Bréfritari: Þórarinn Stefánsson
Dagsetning: A-1934-09-04
Skrifað á: Vesturheimi

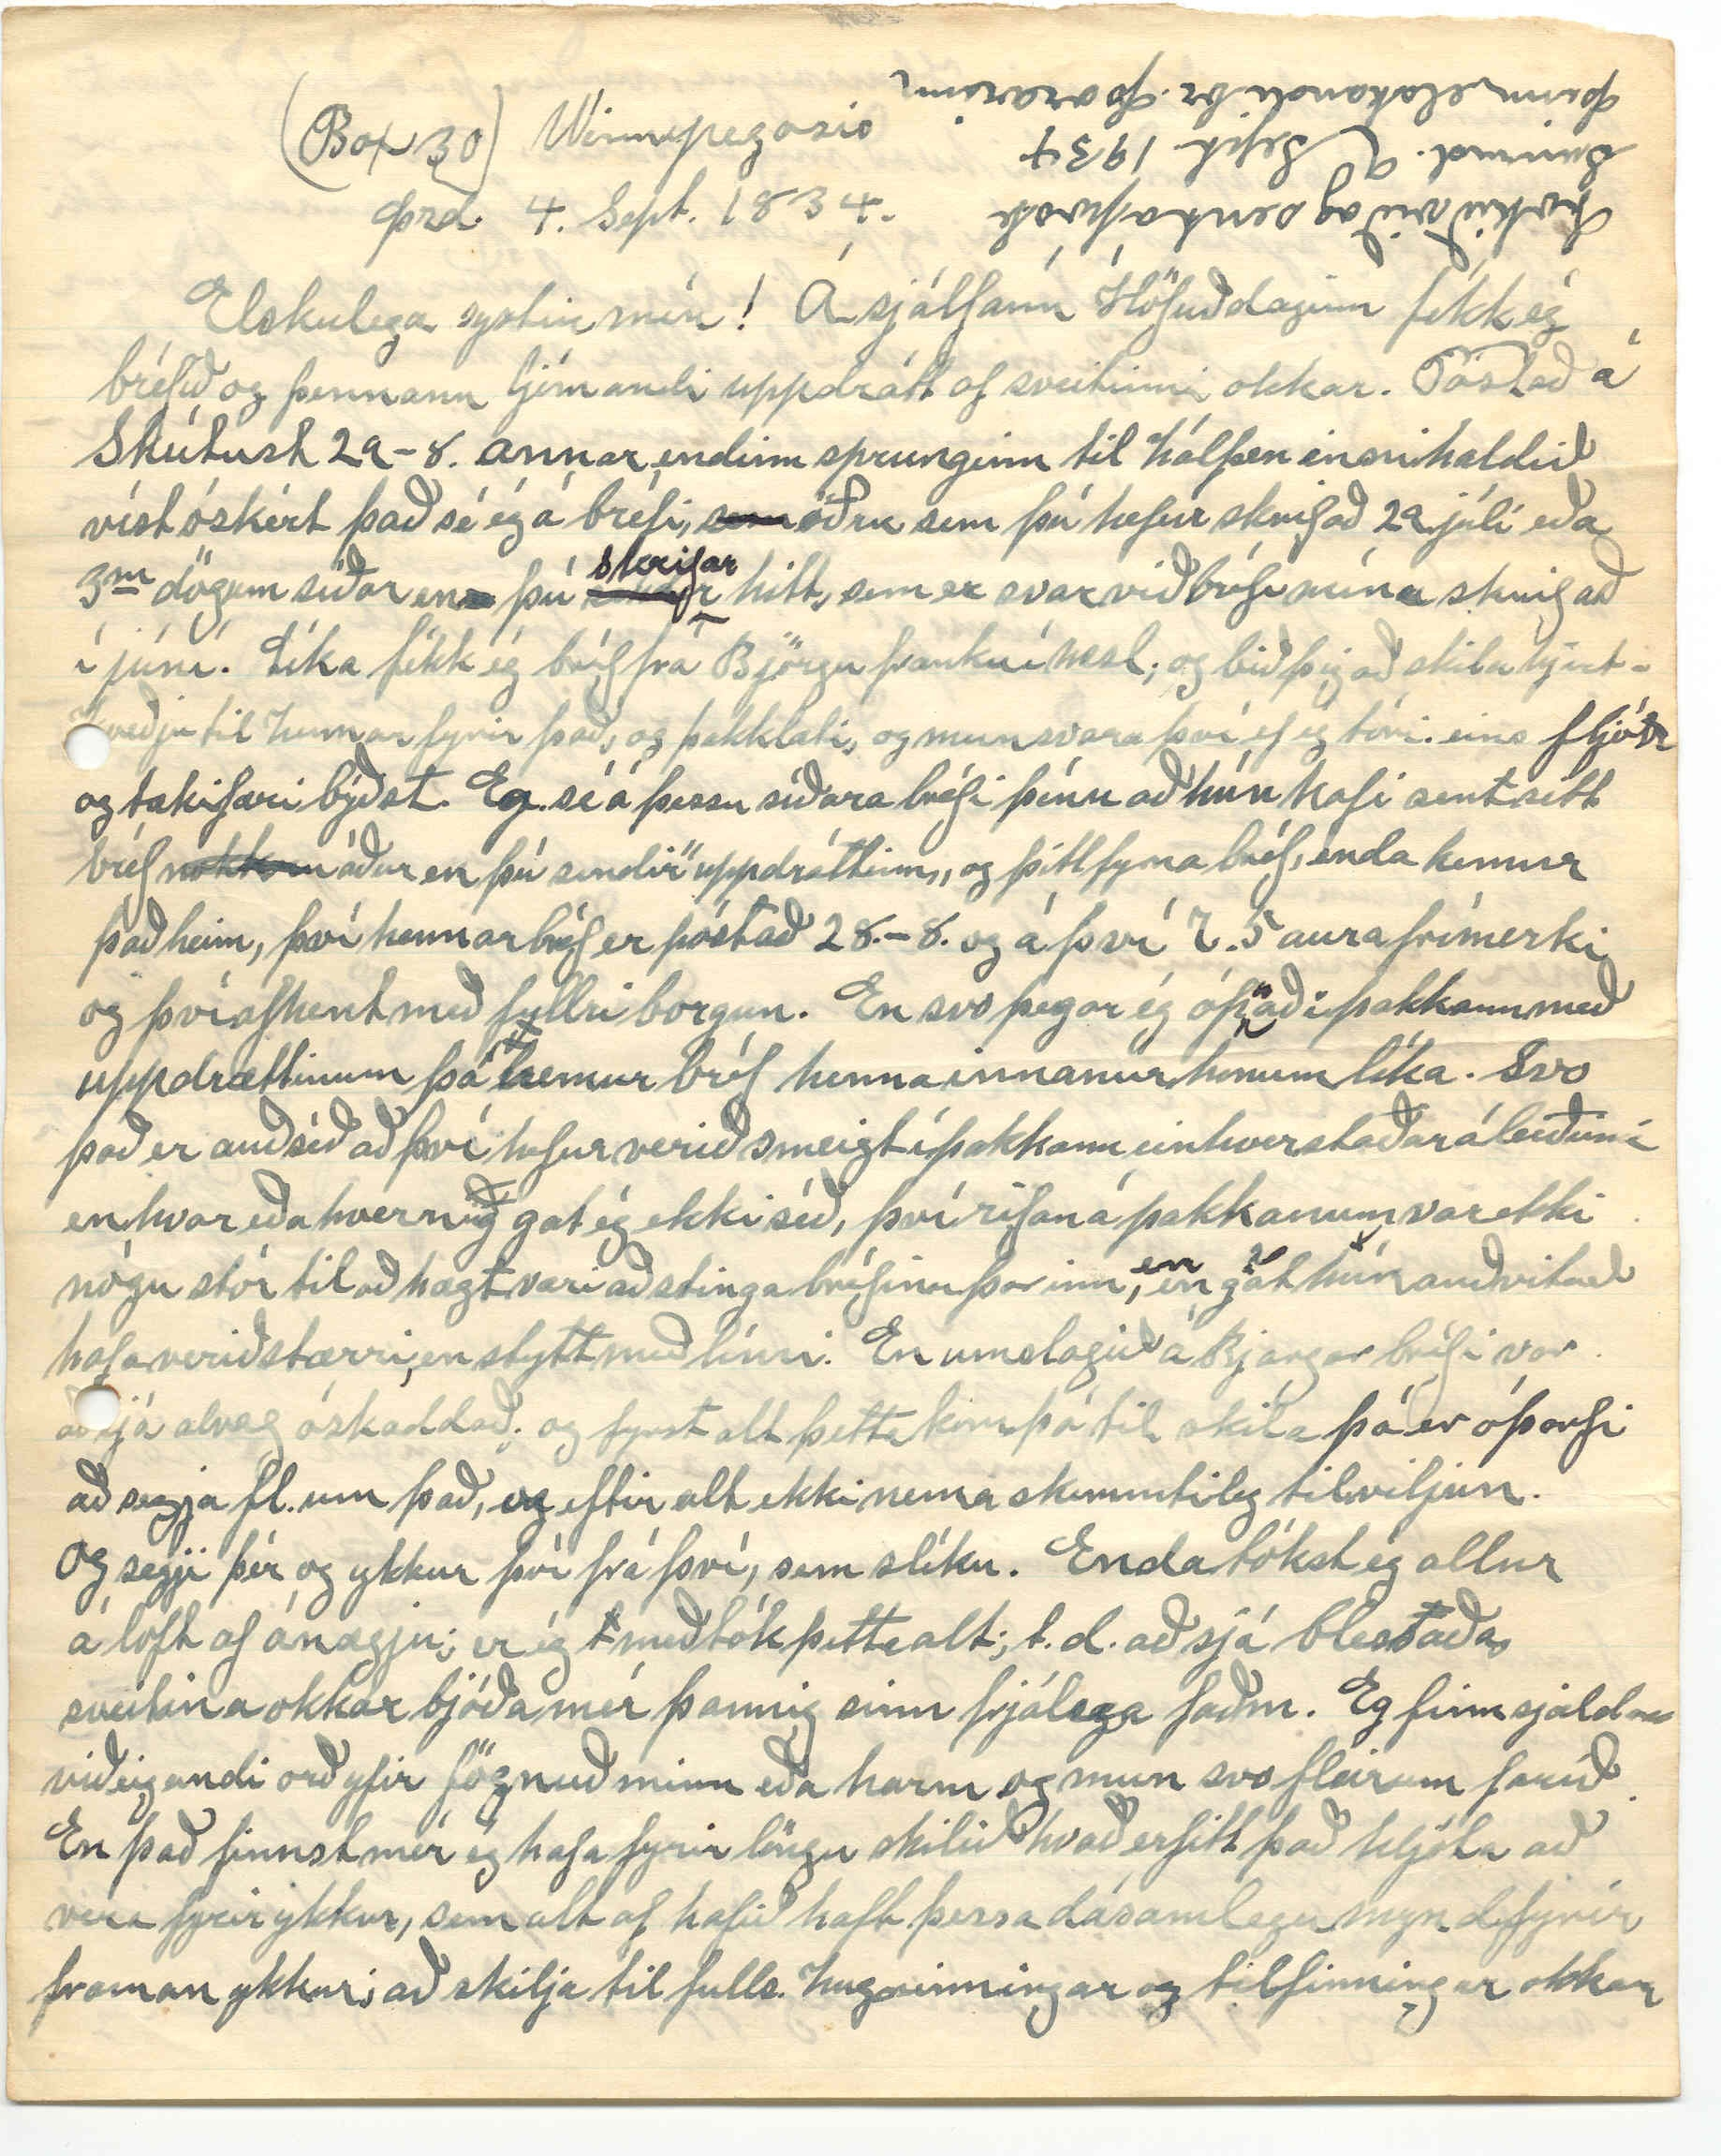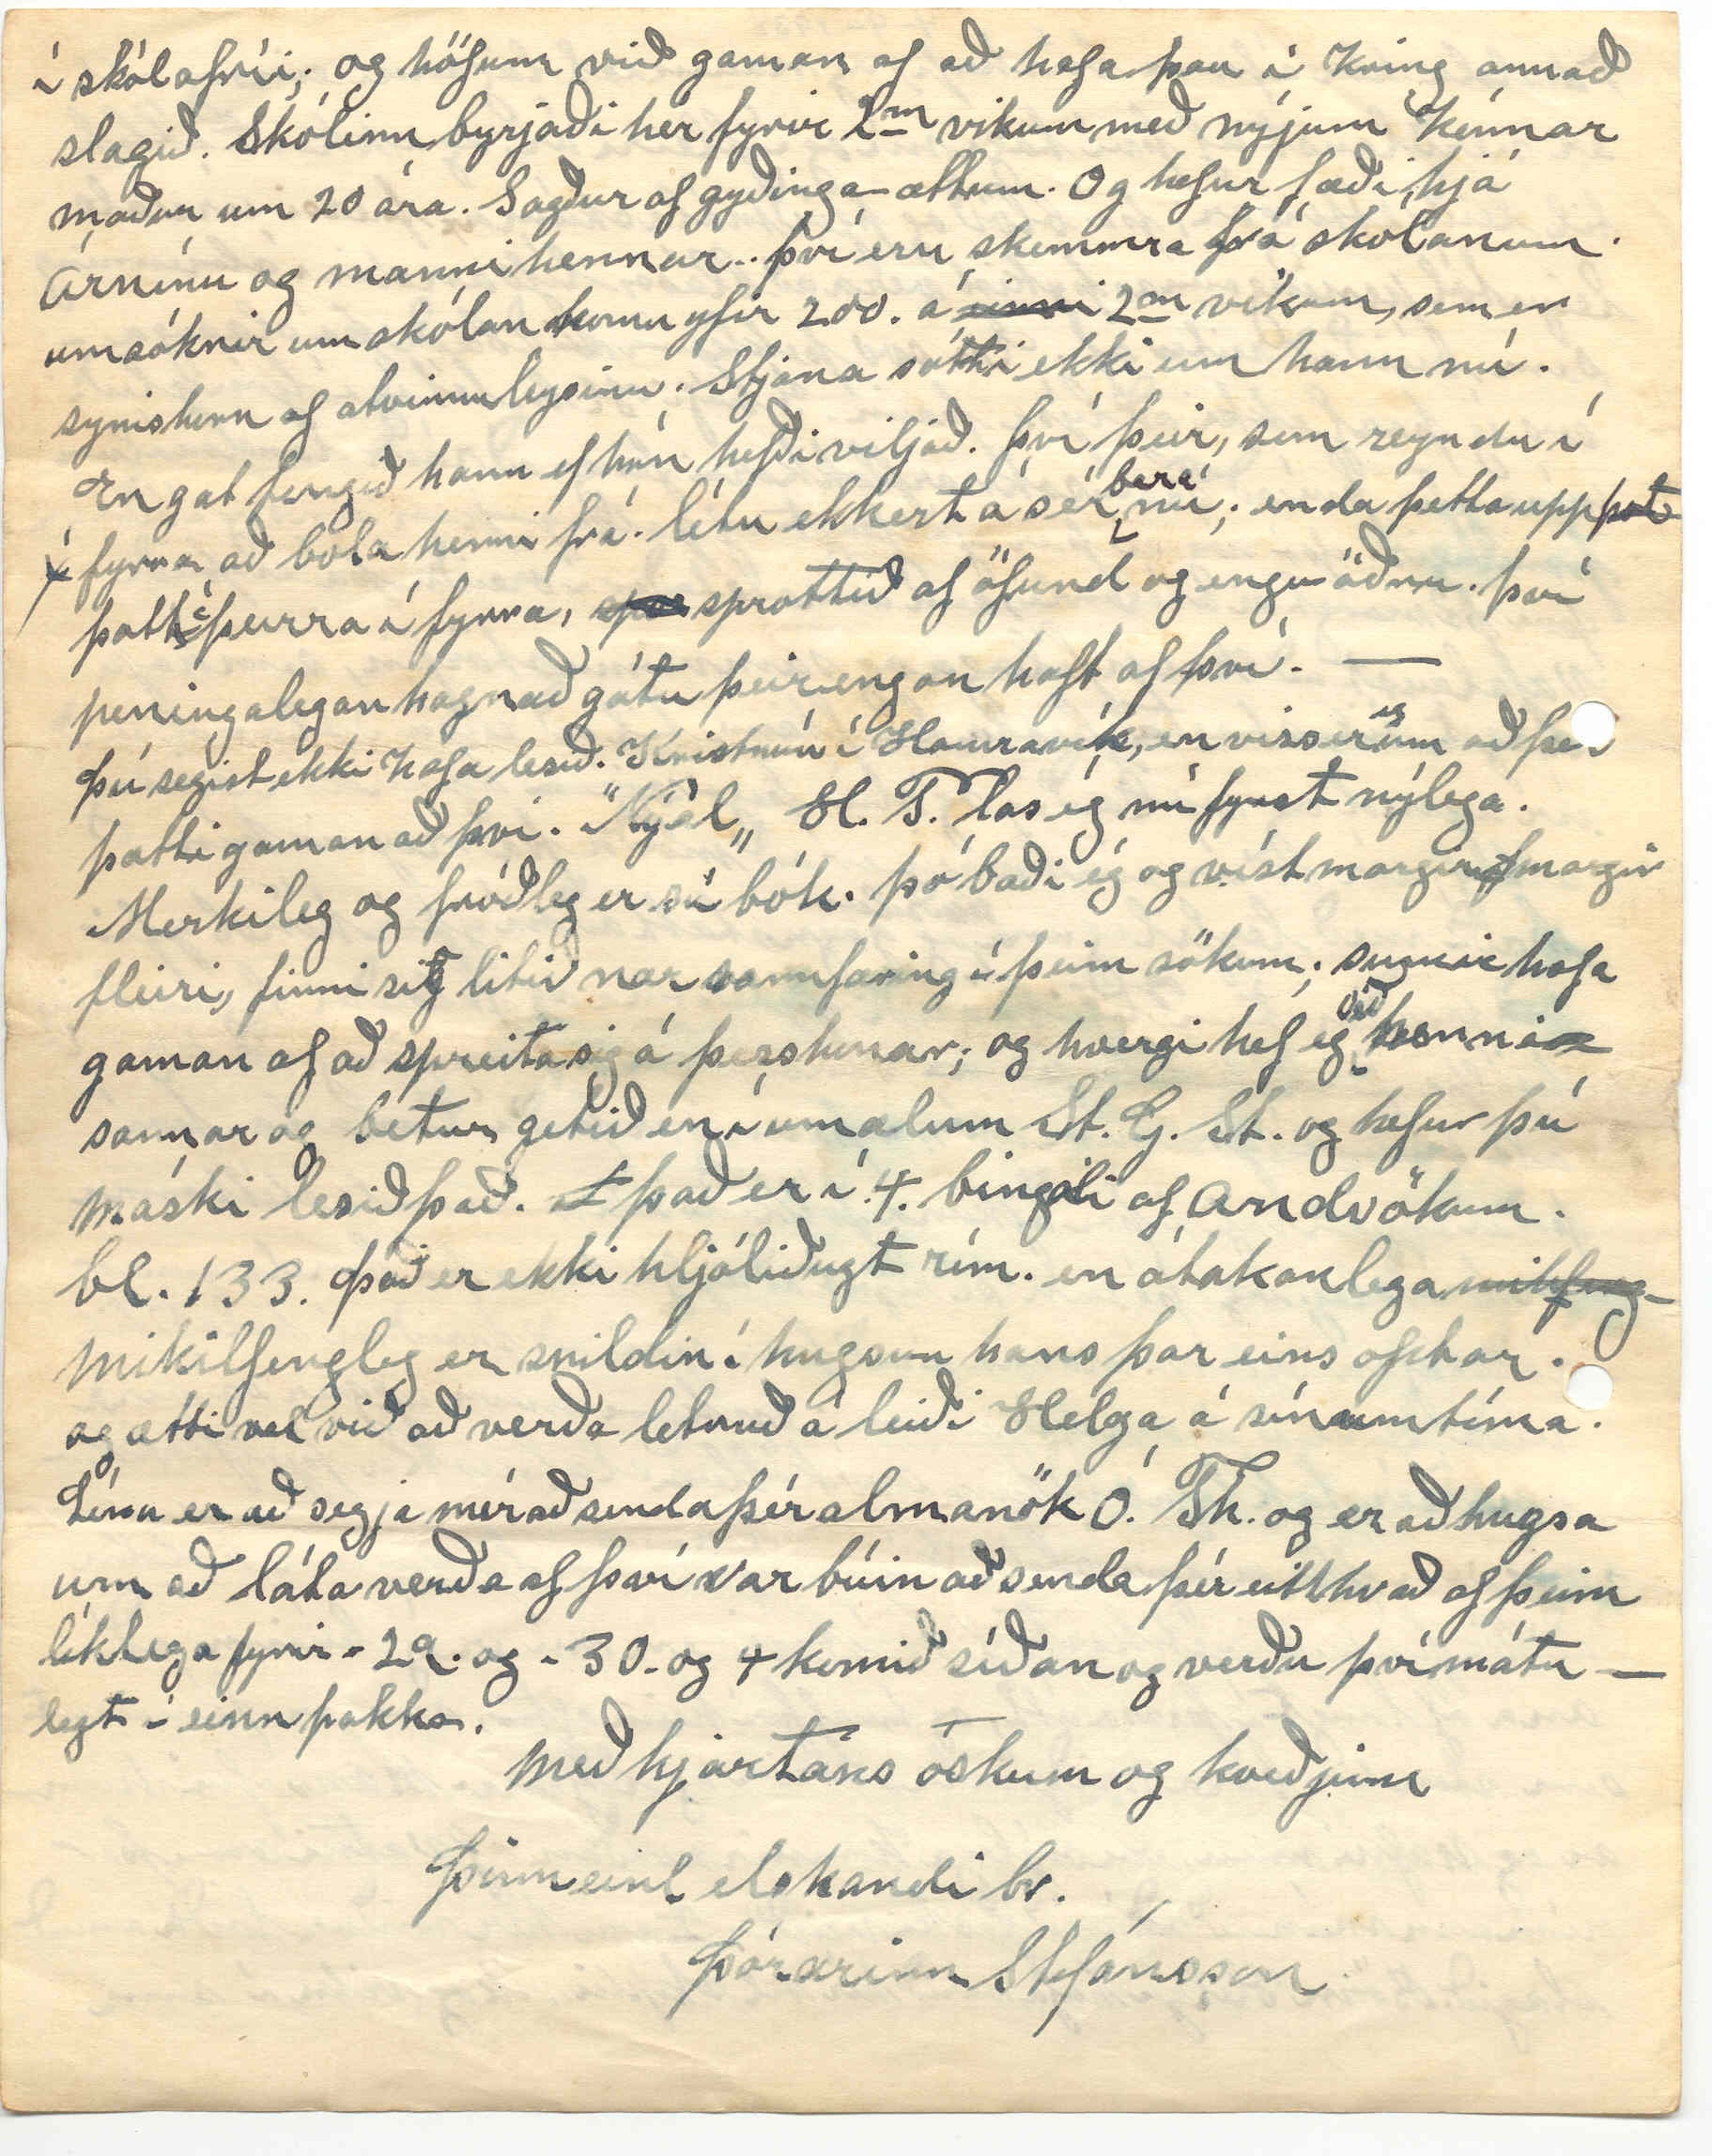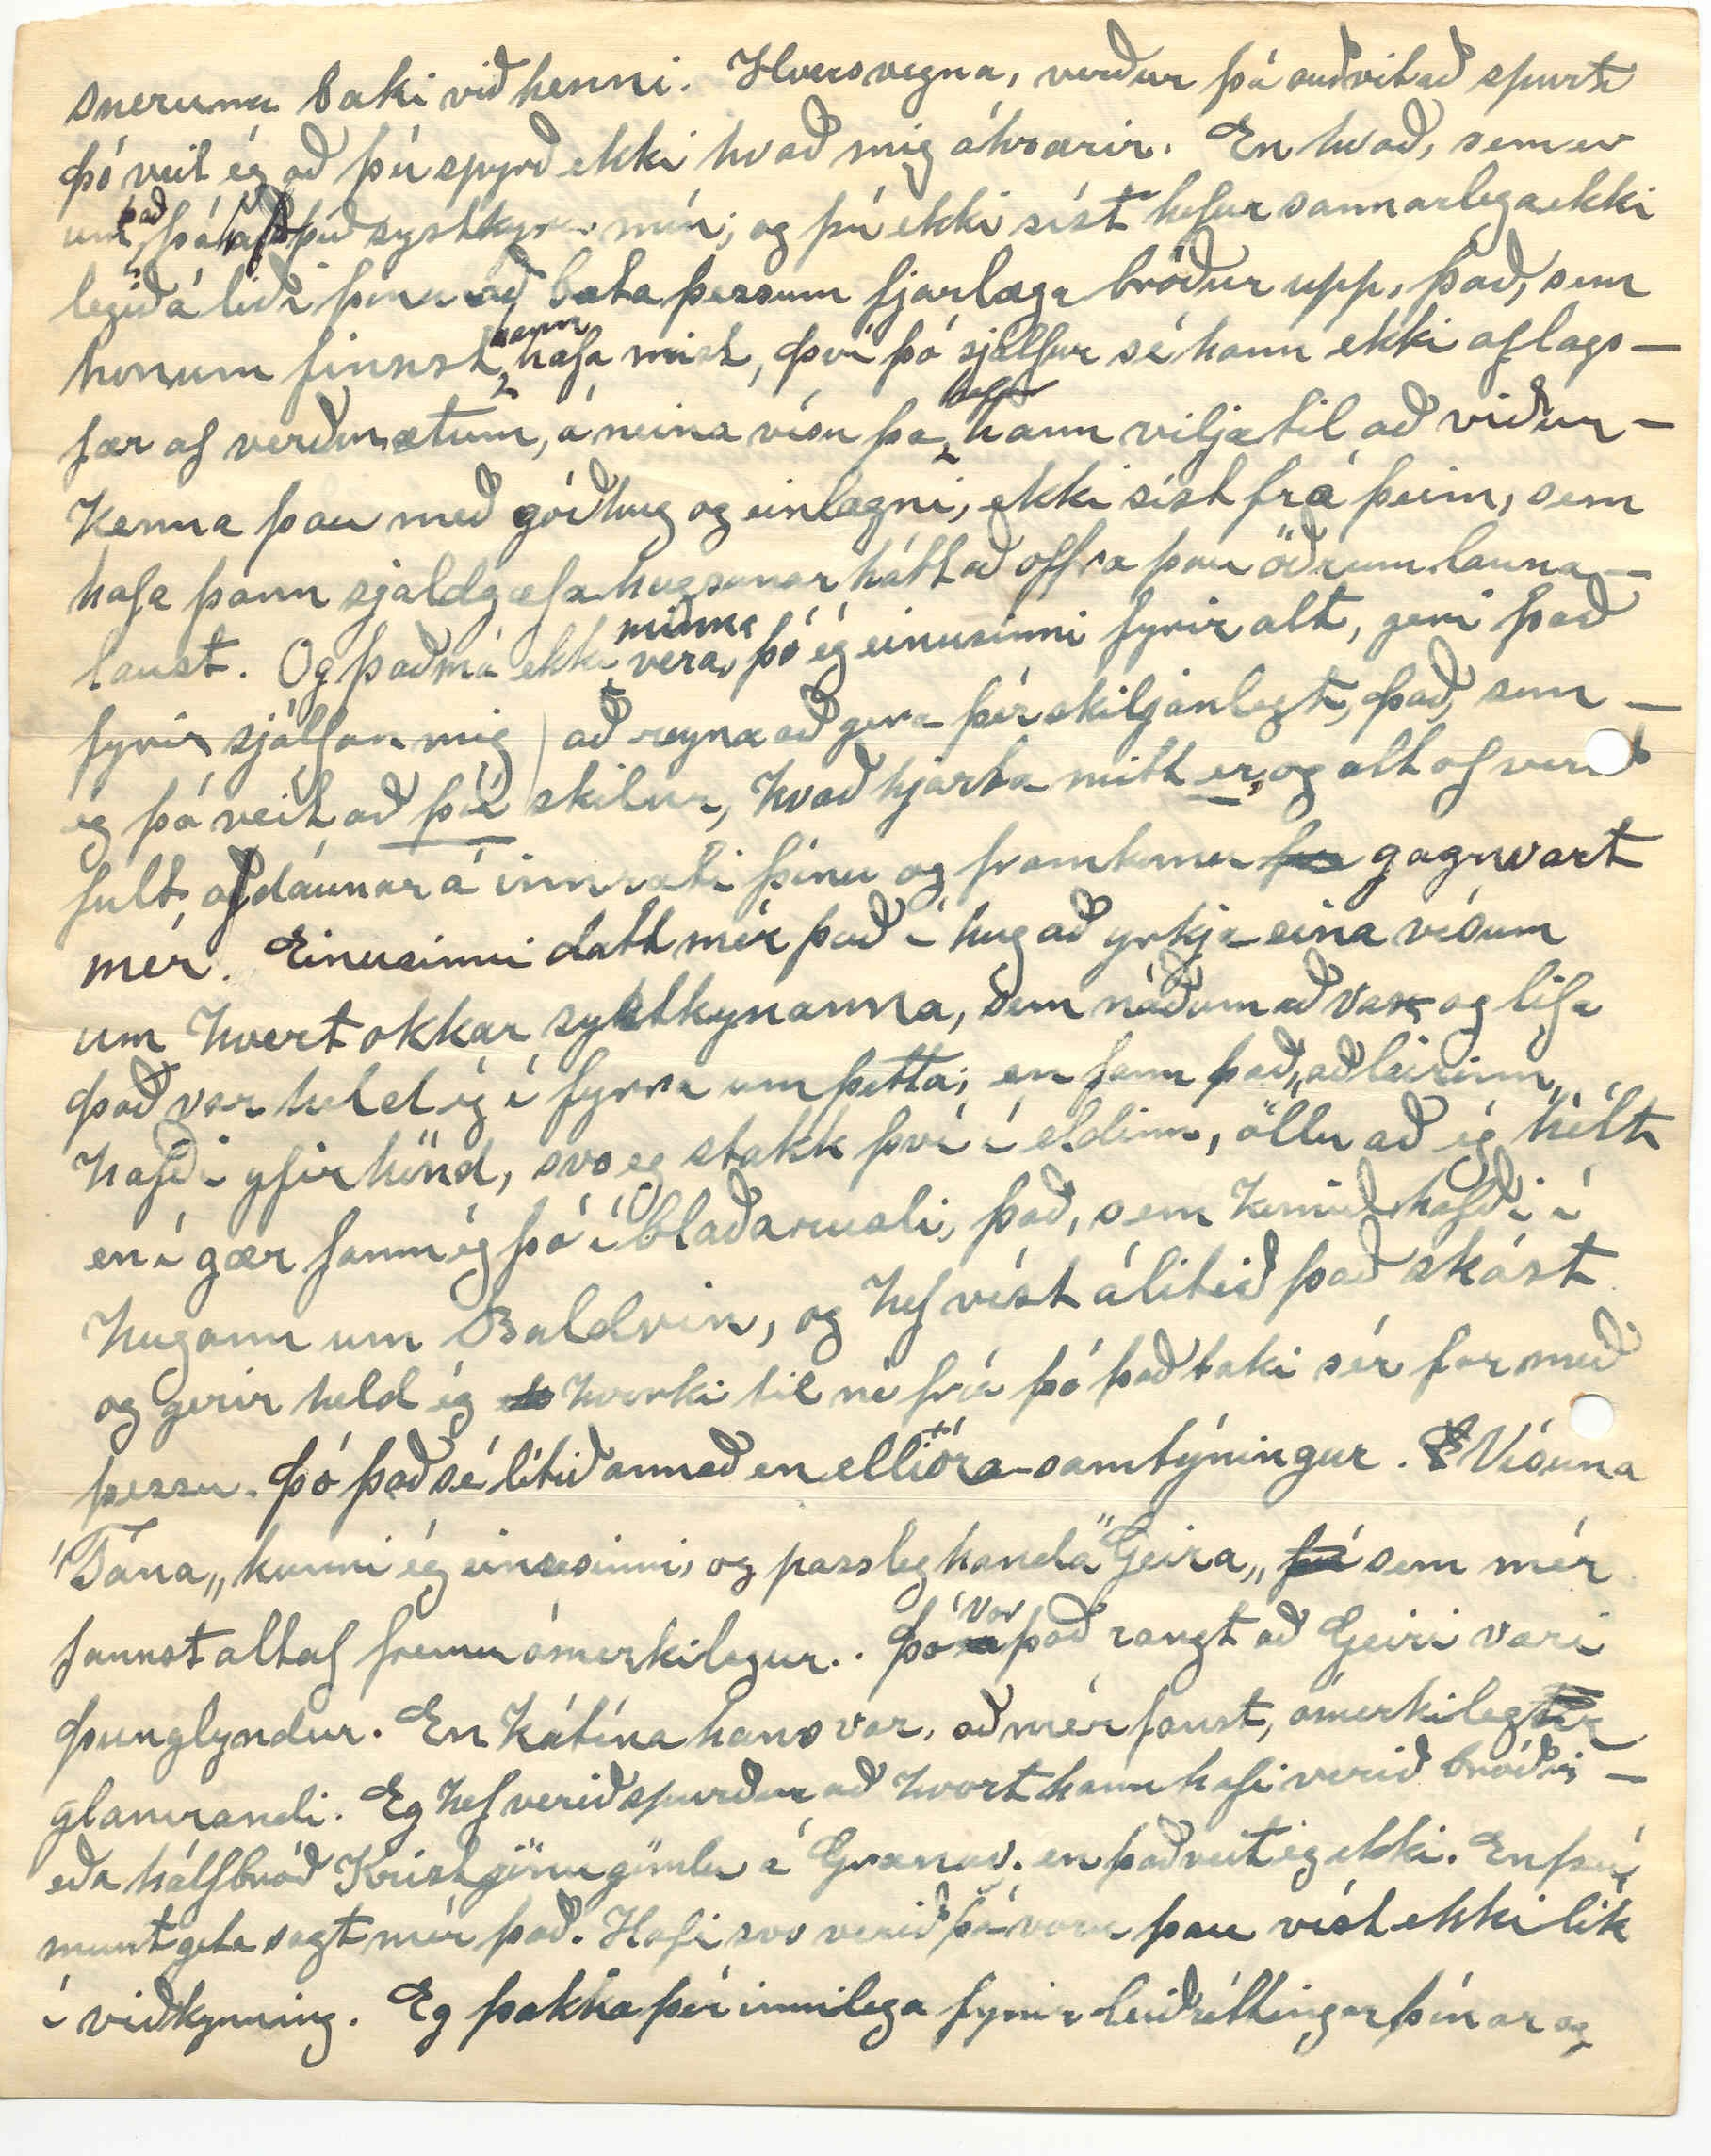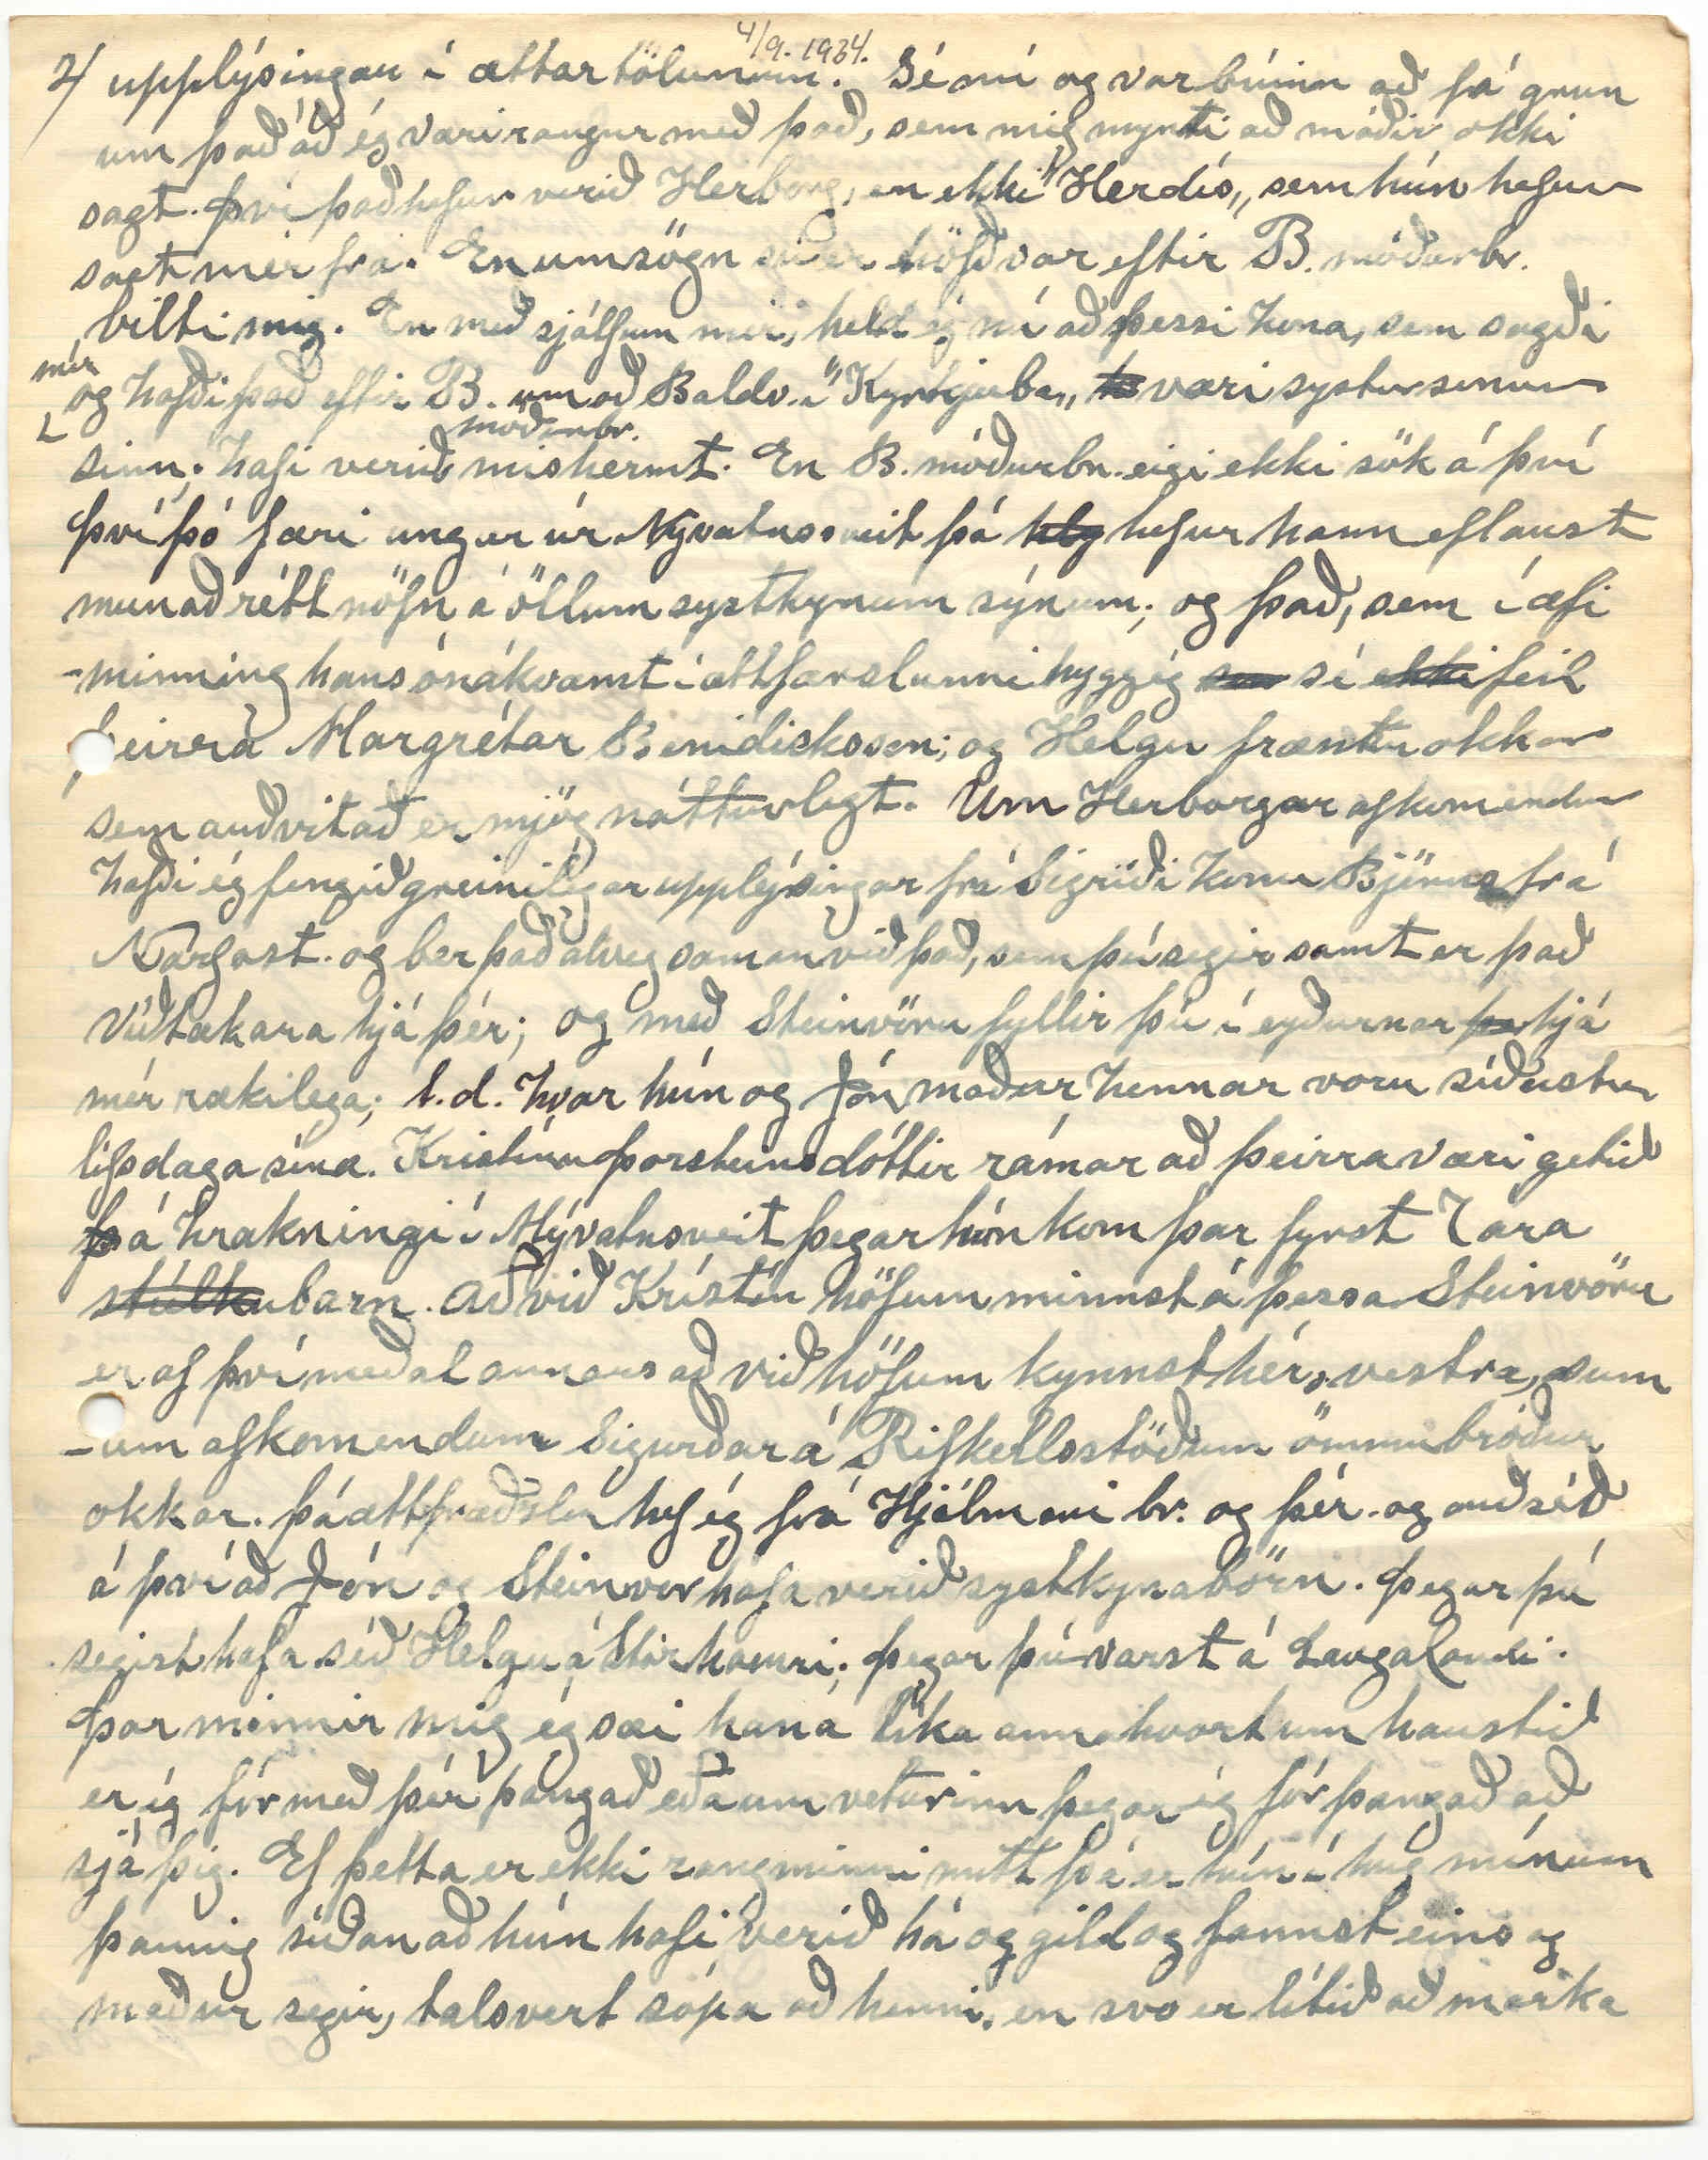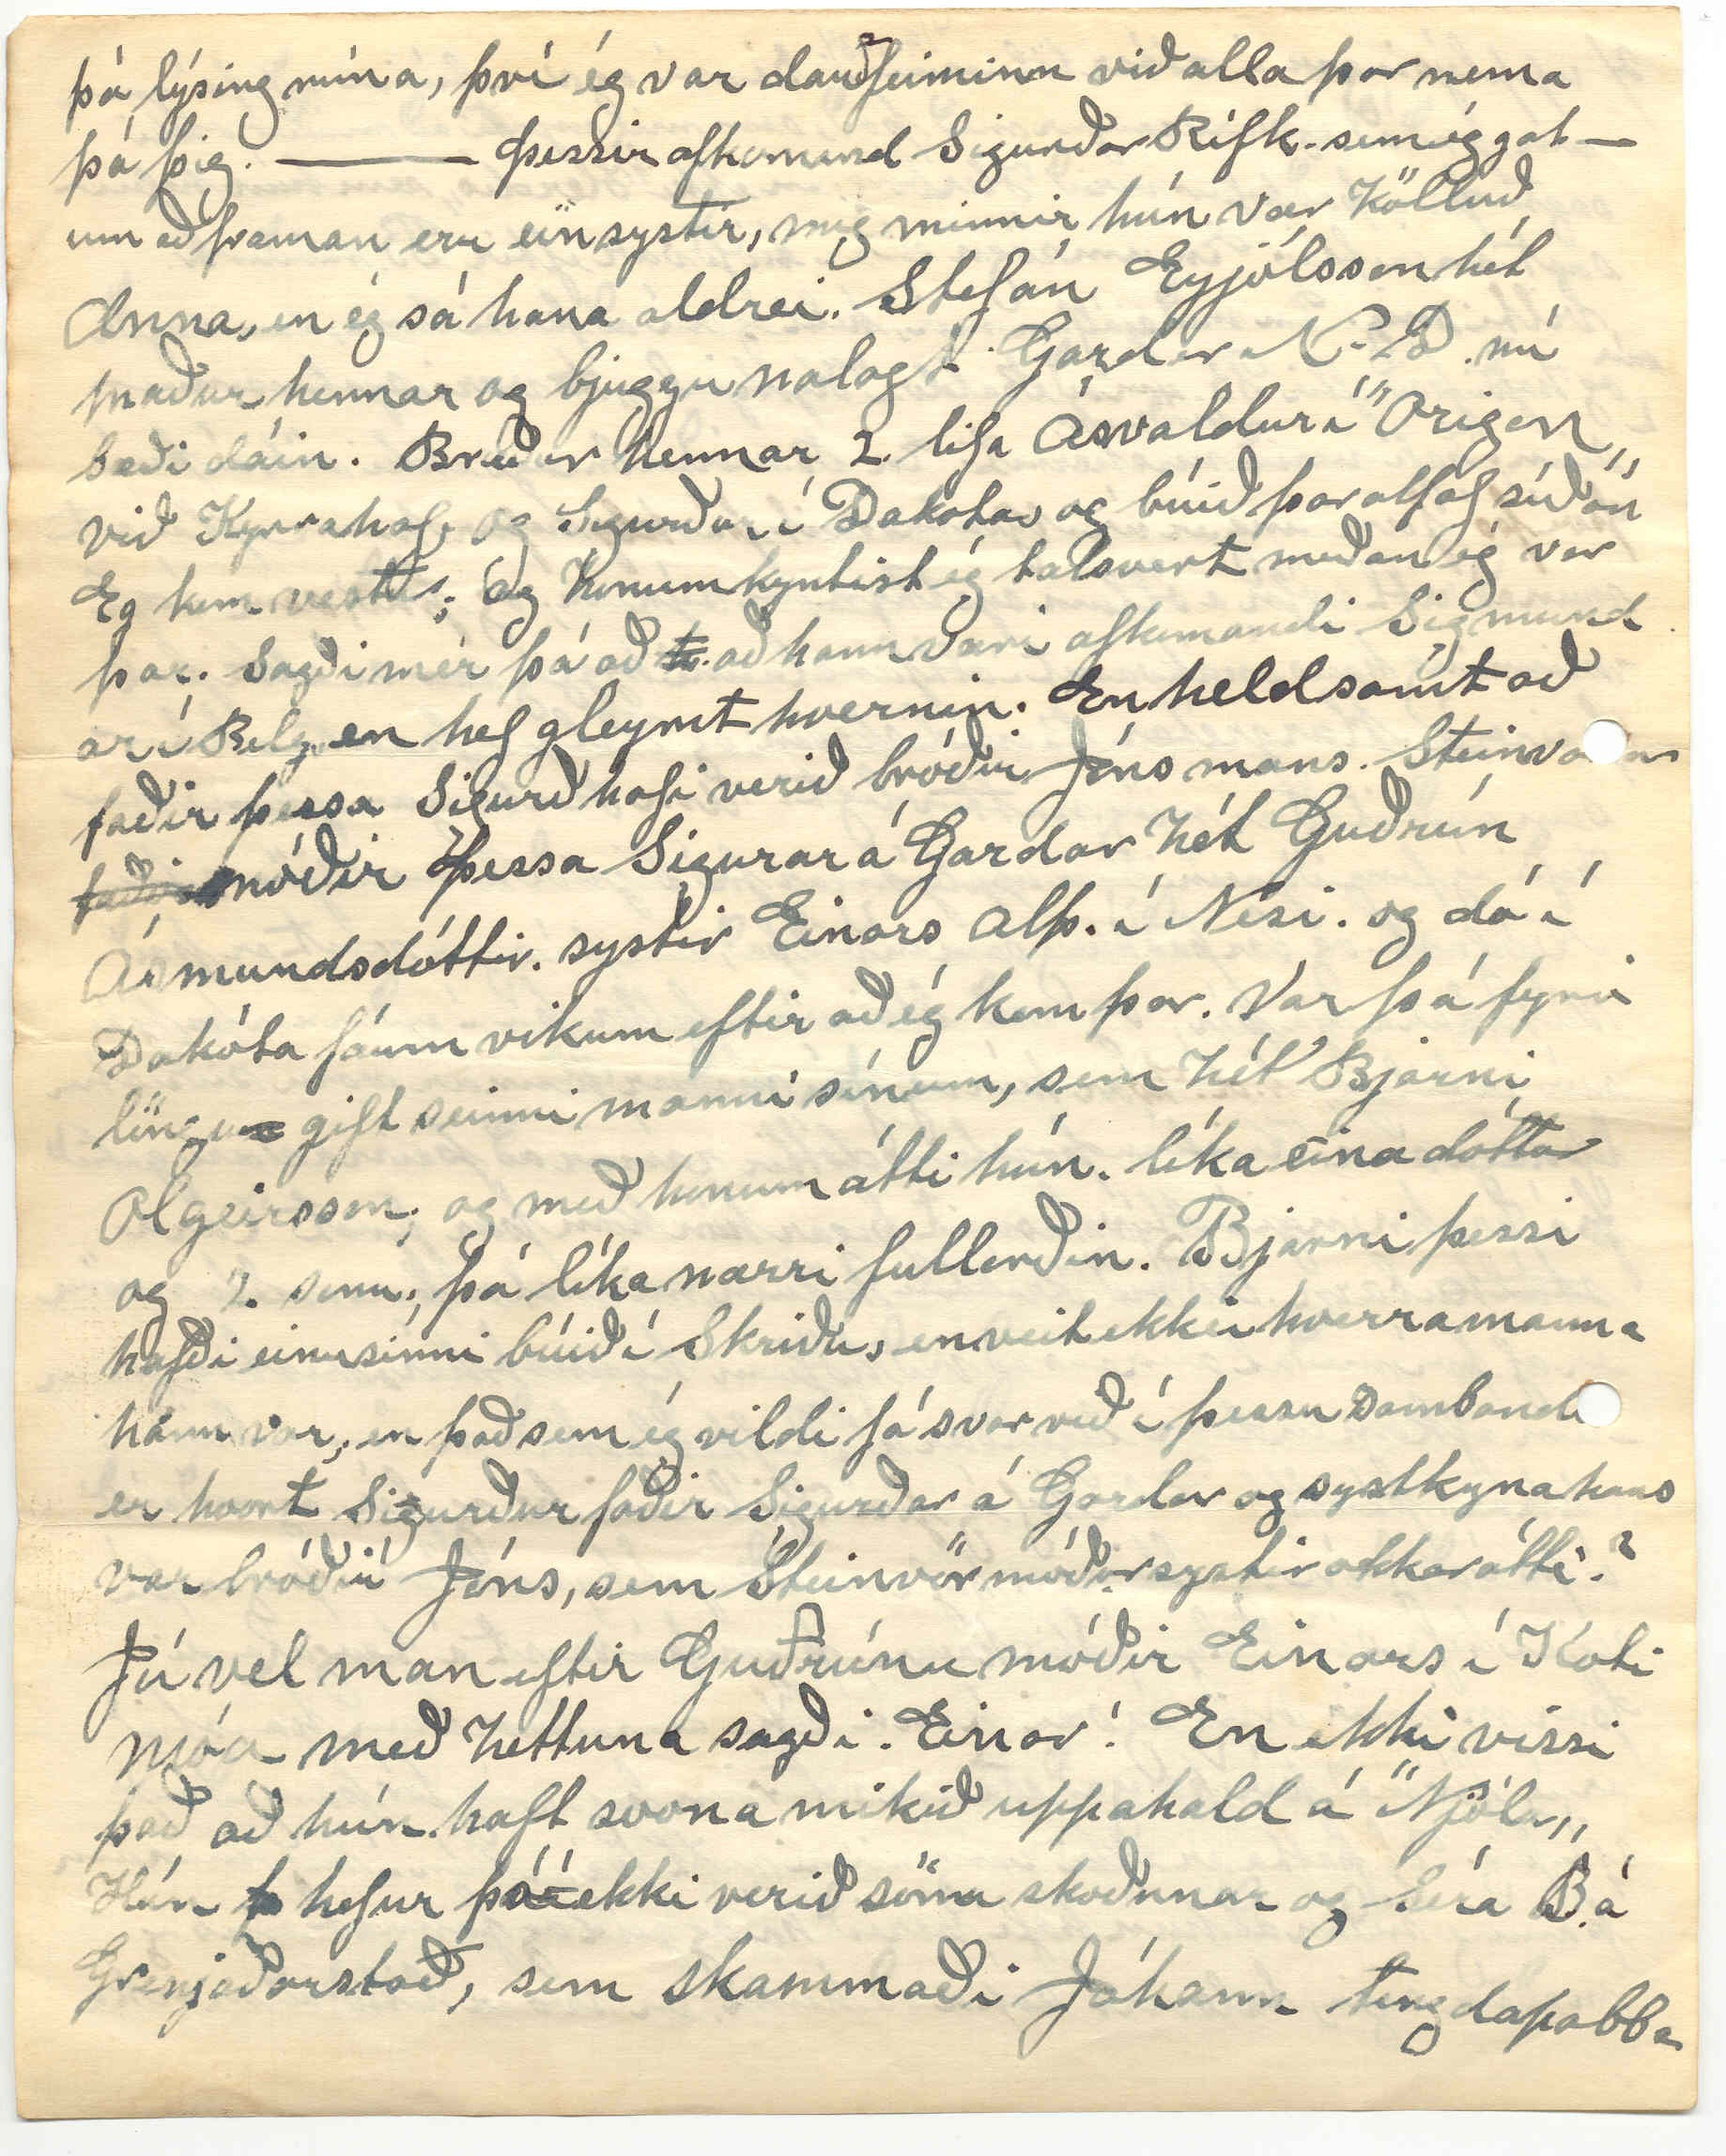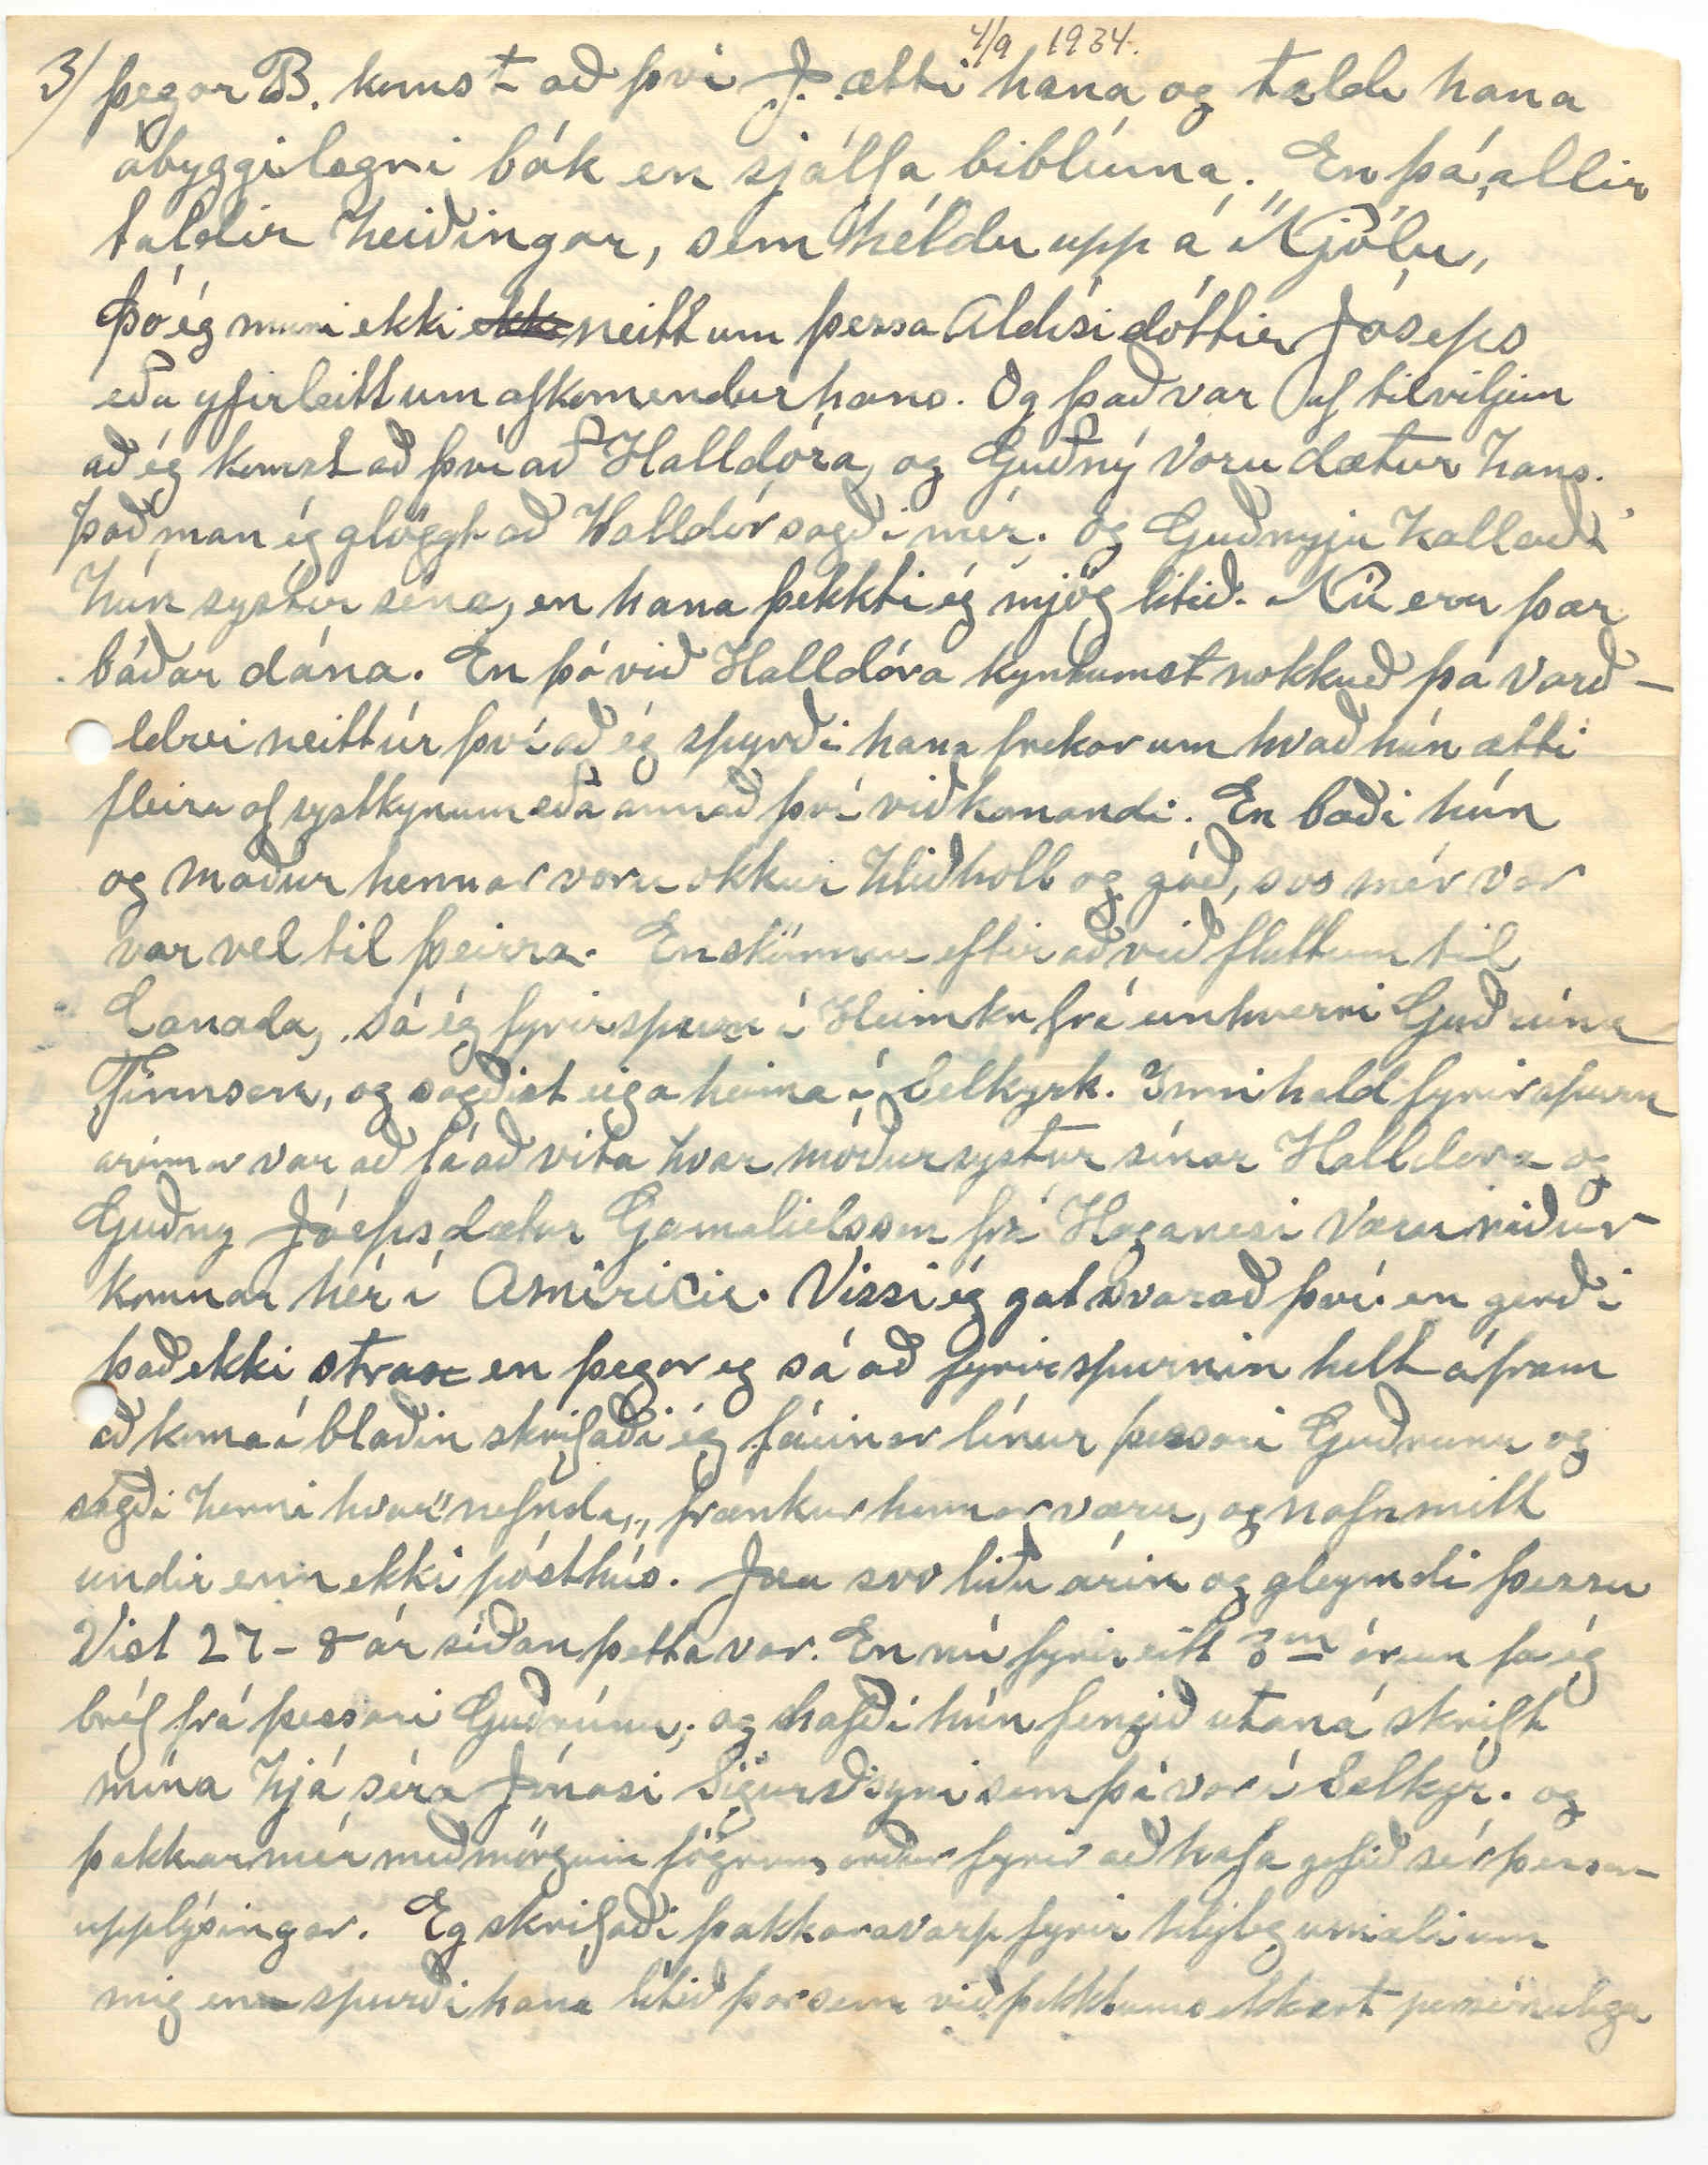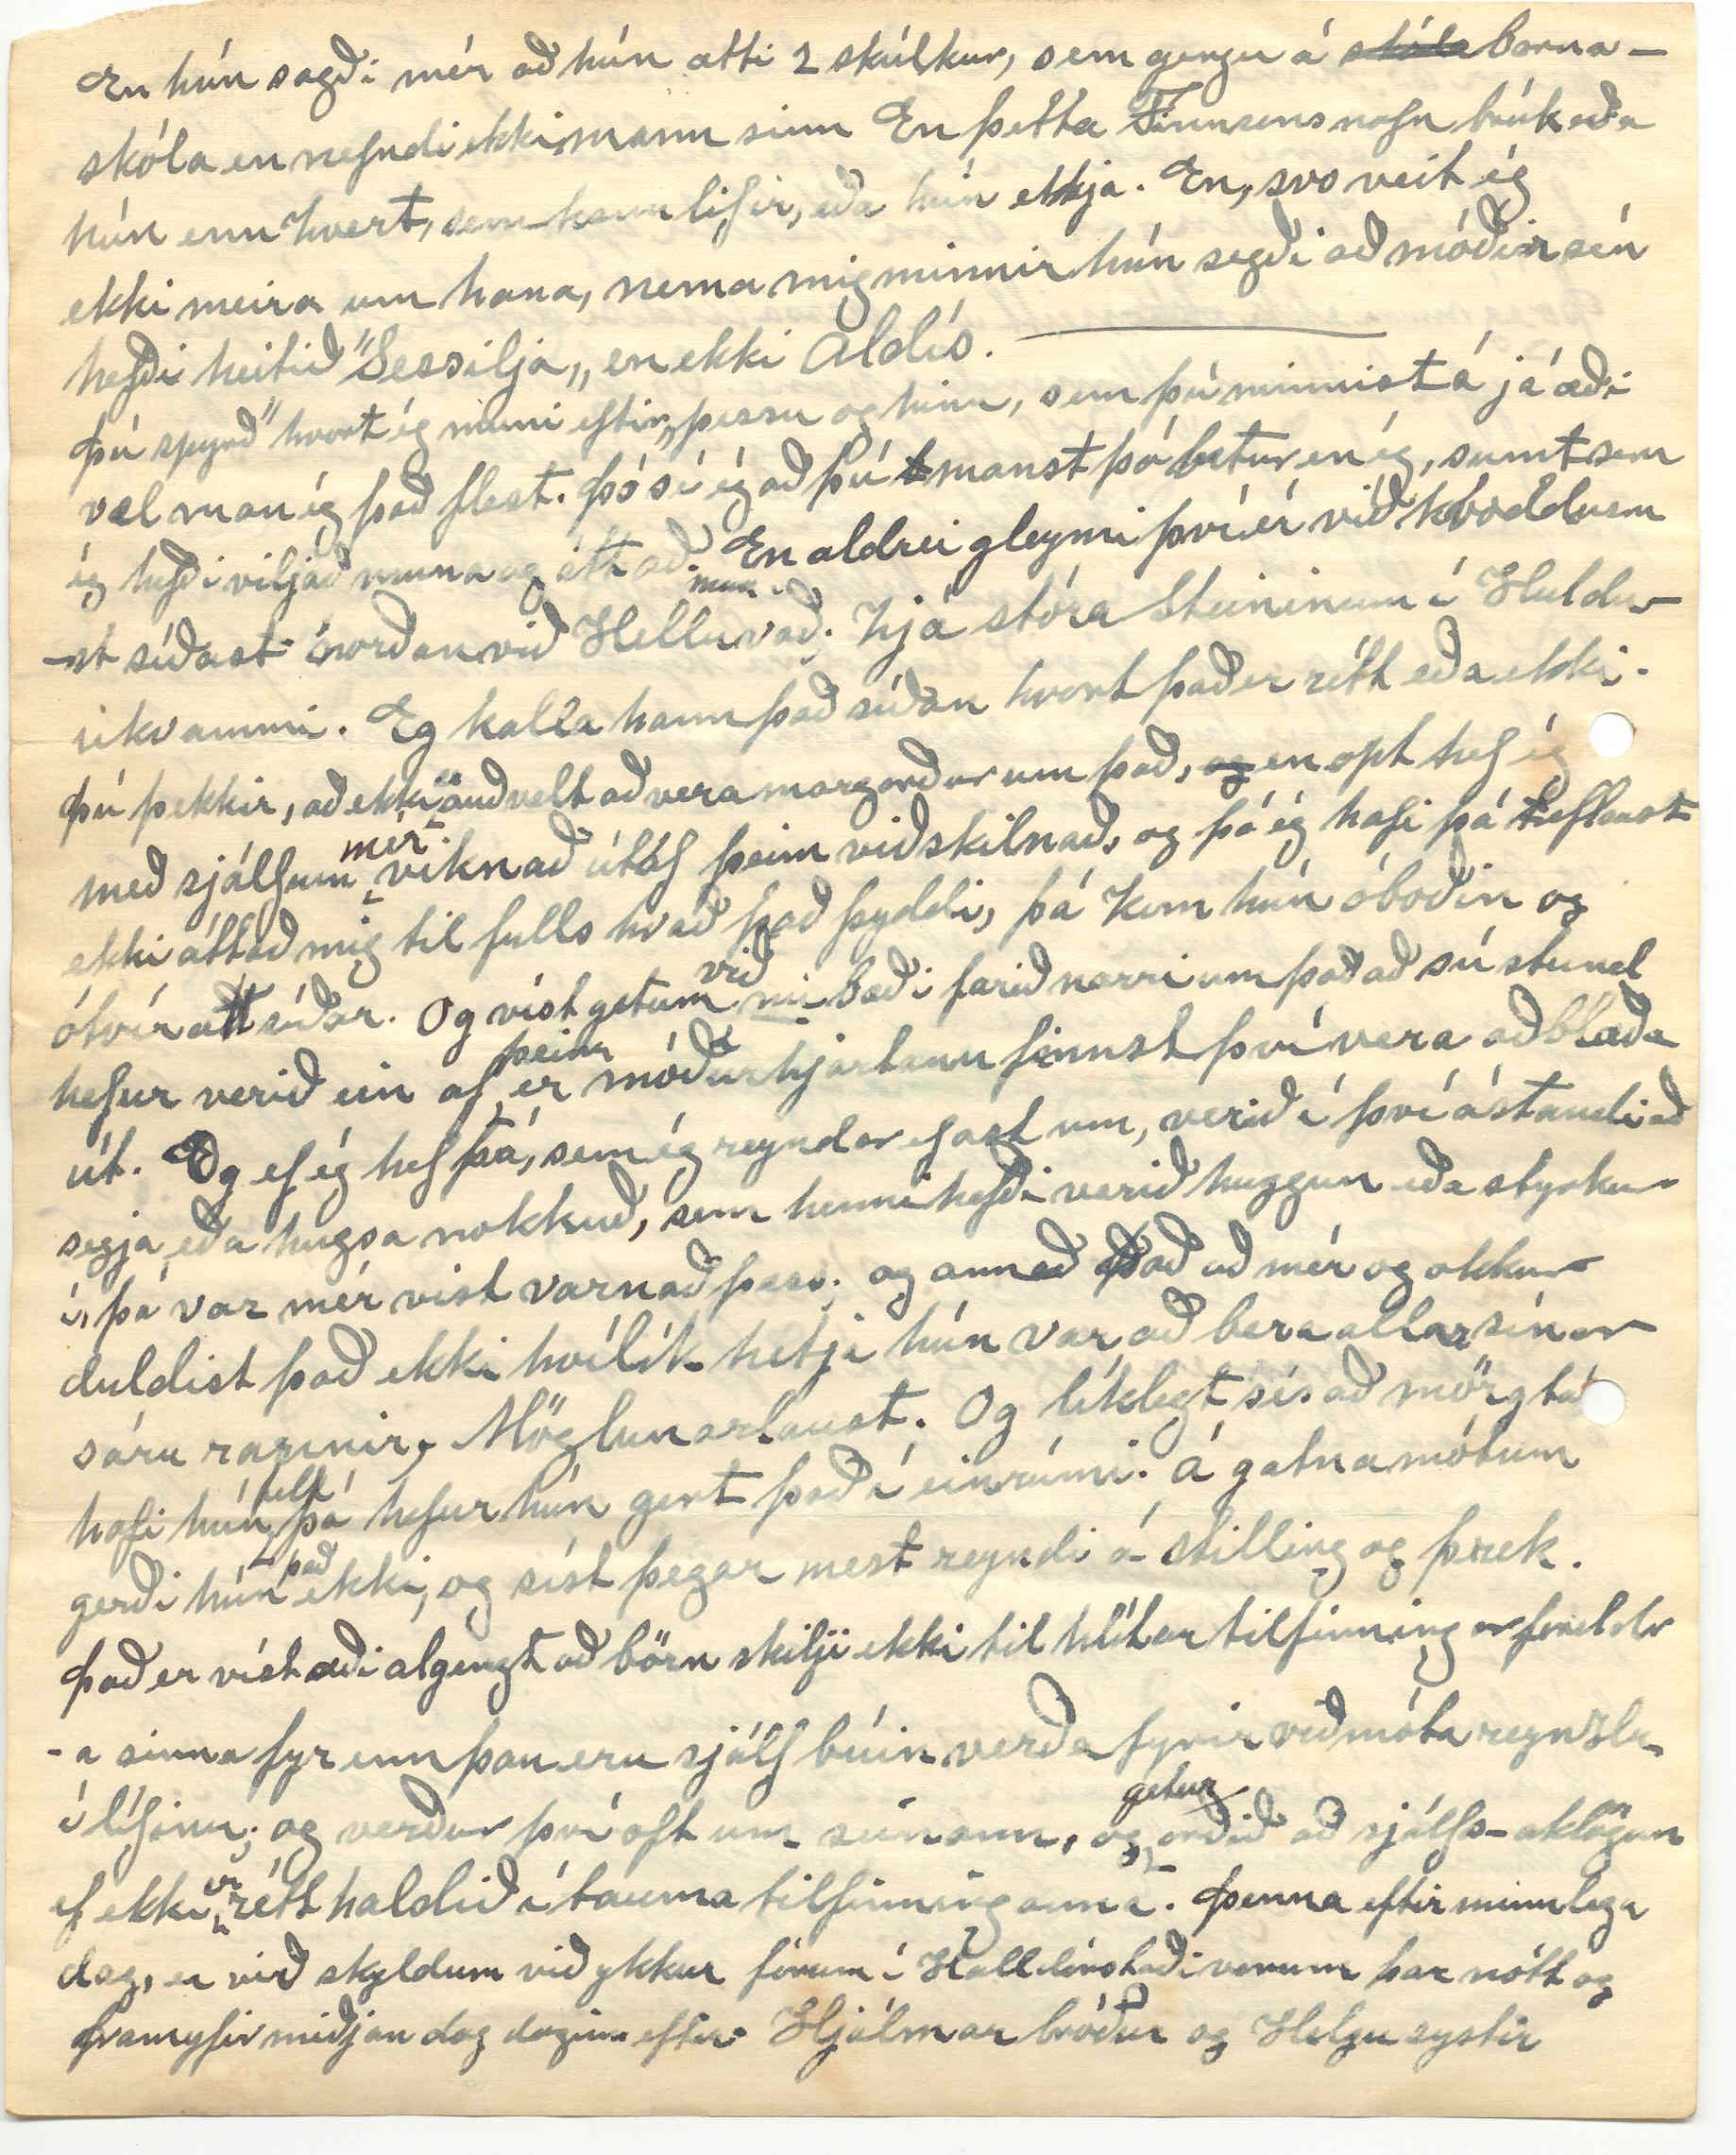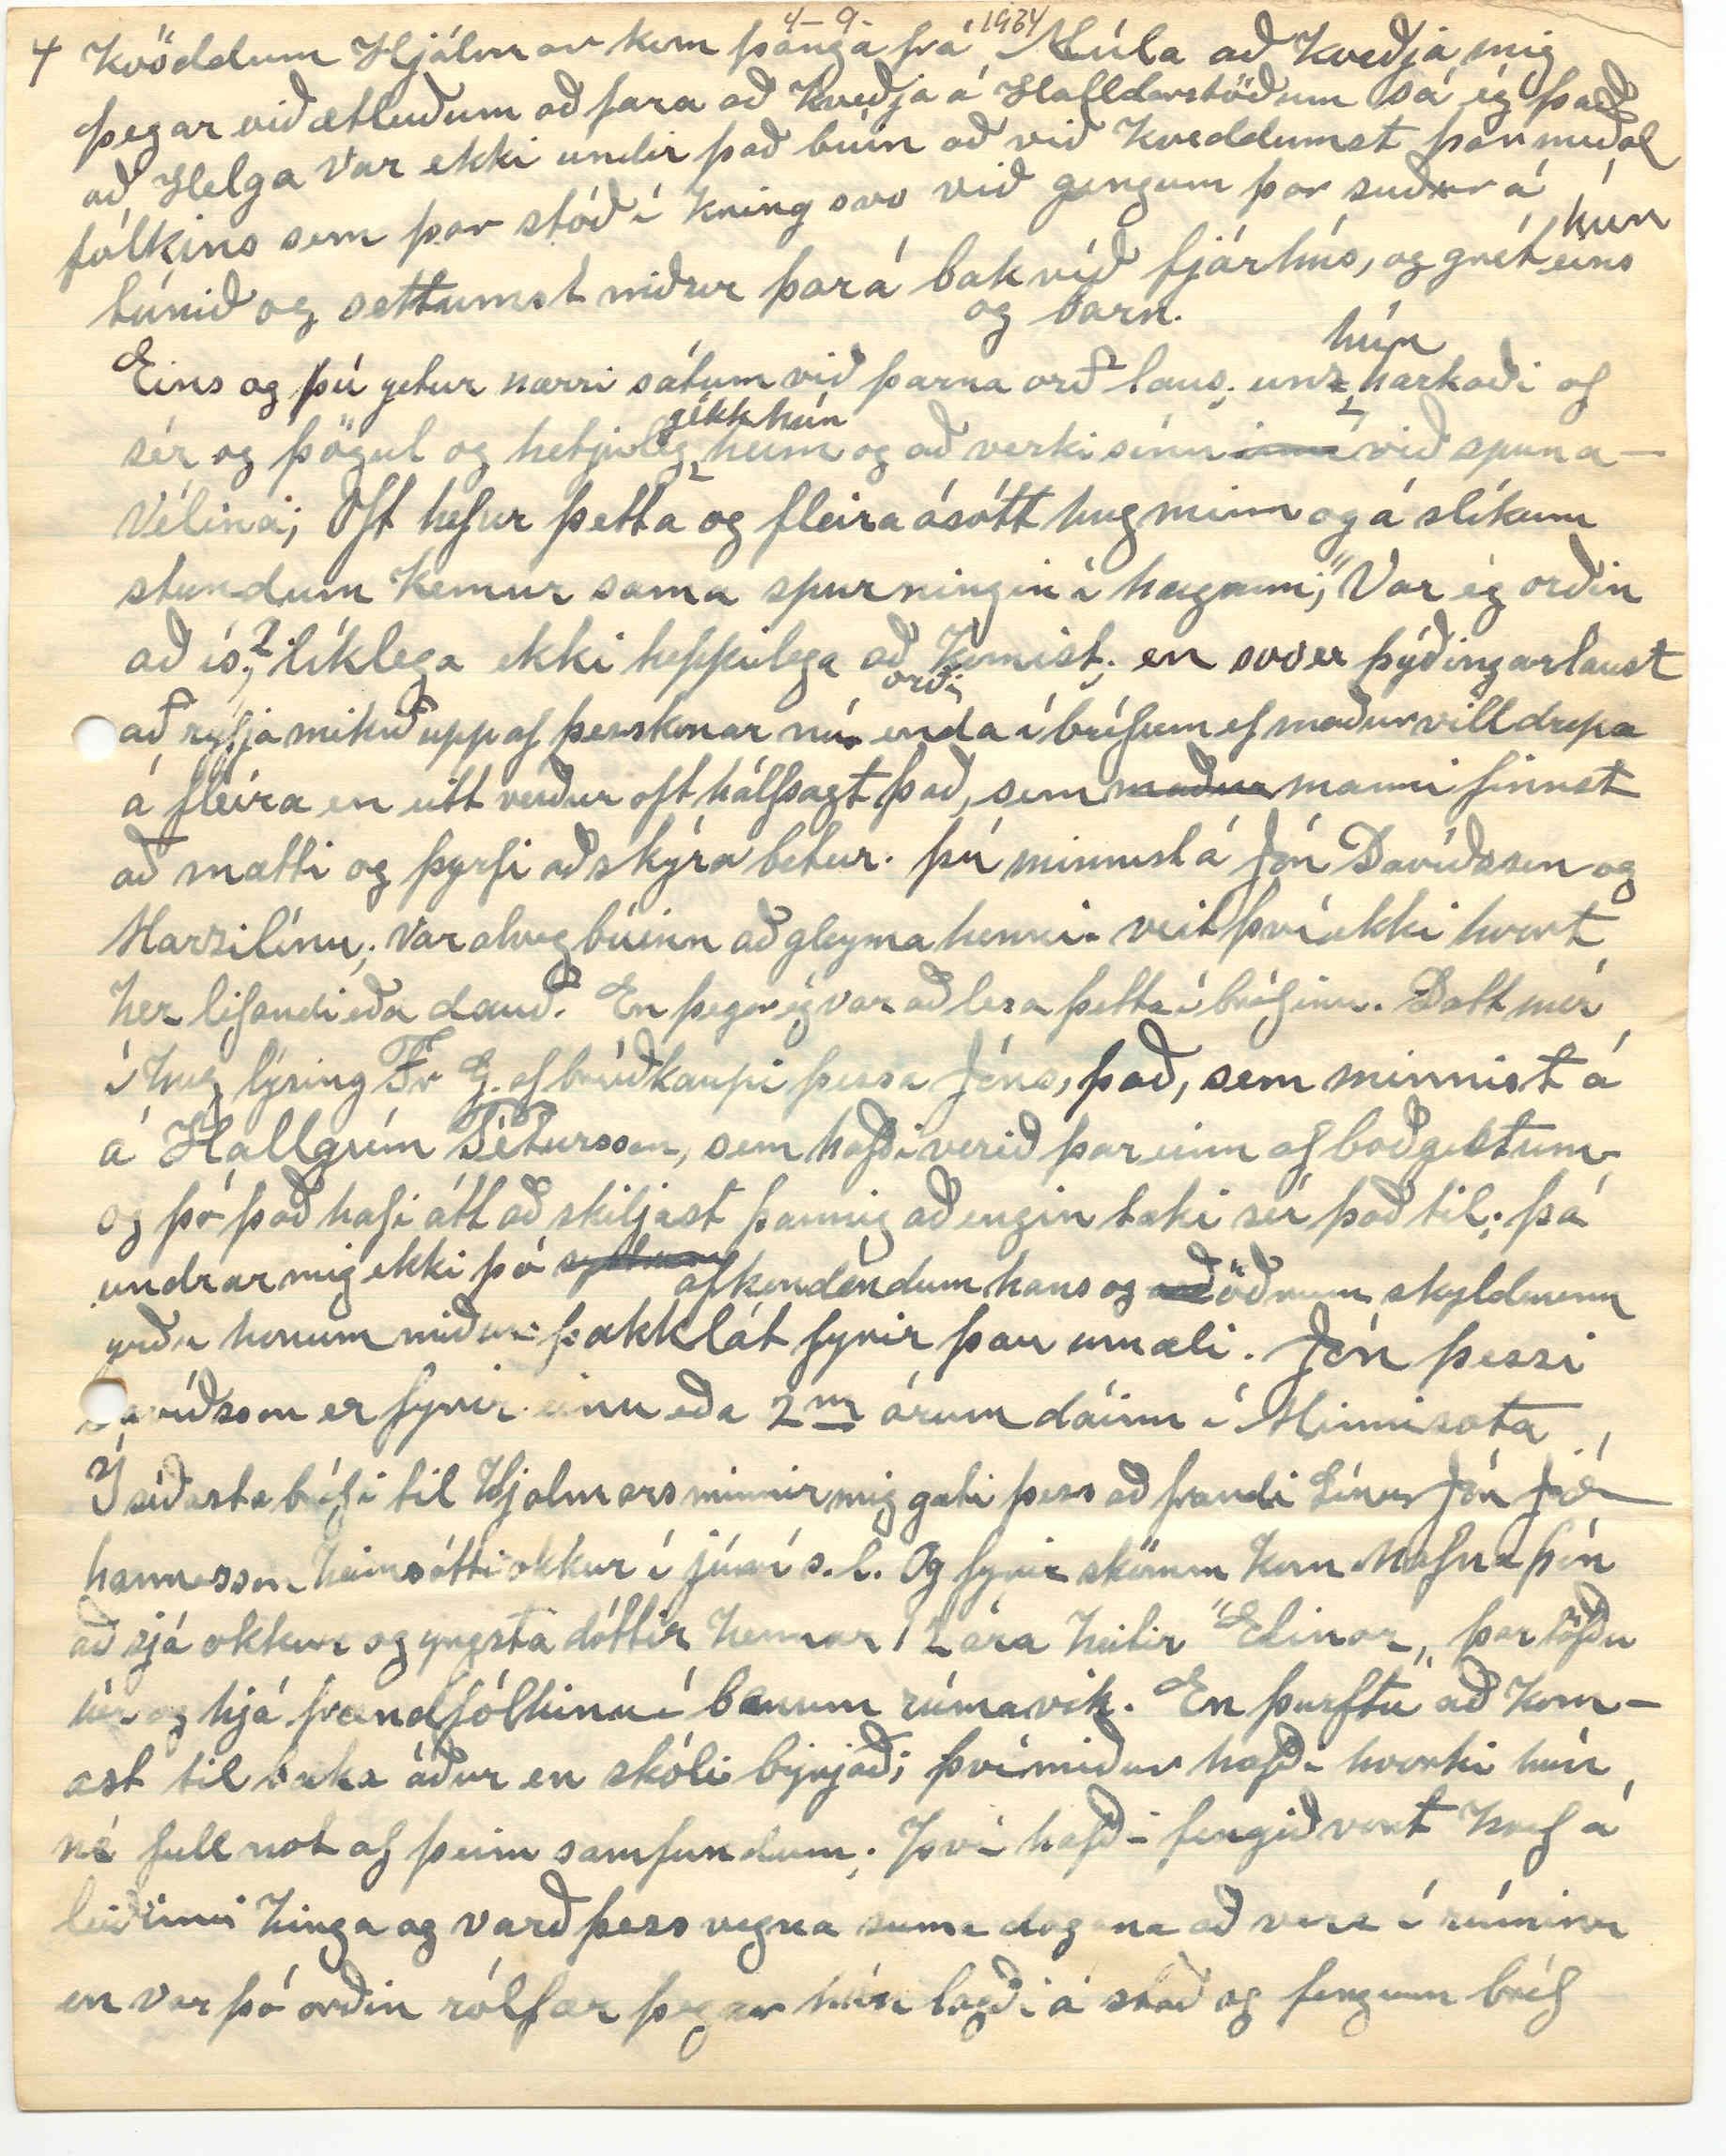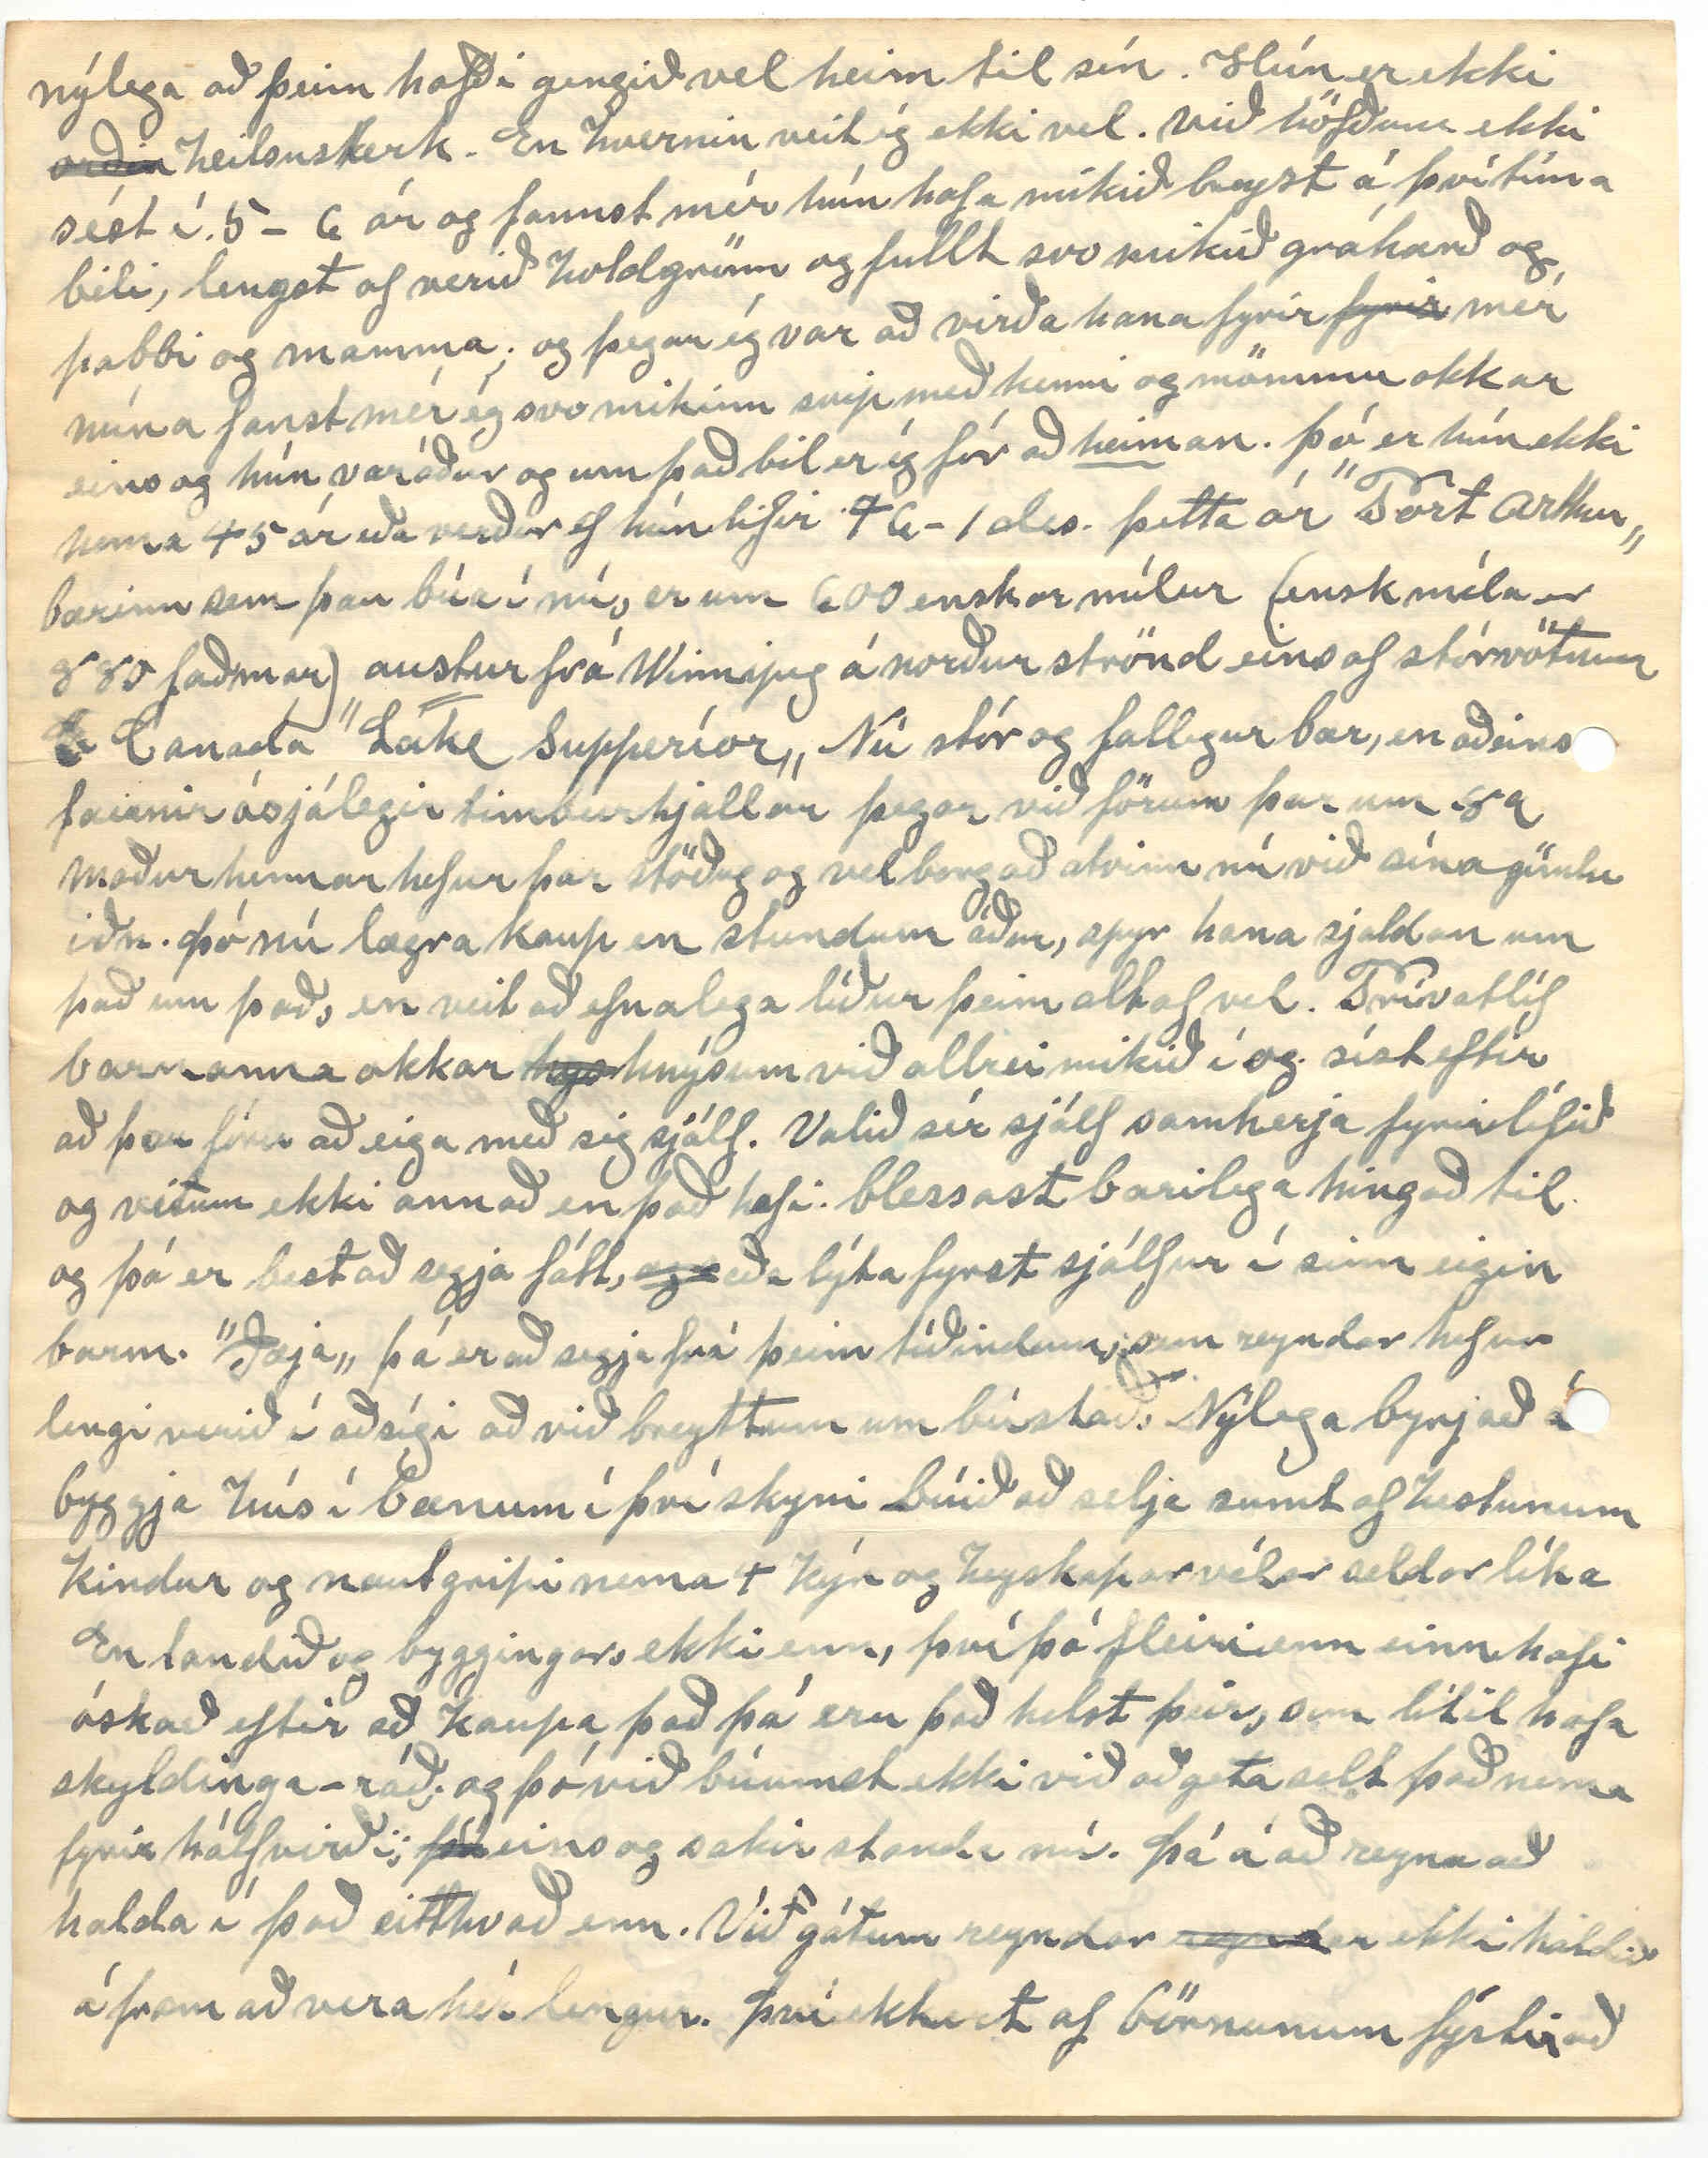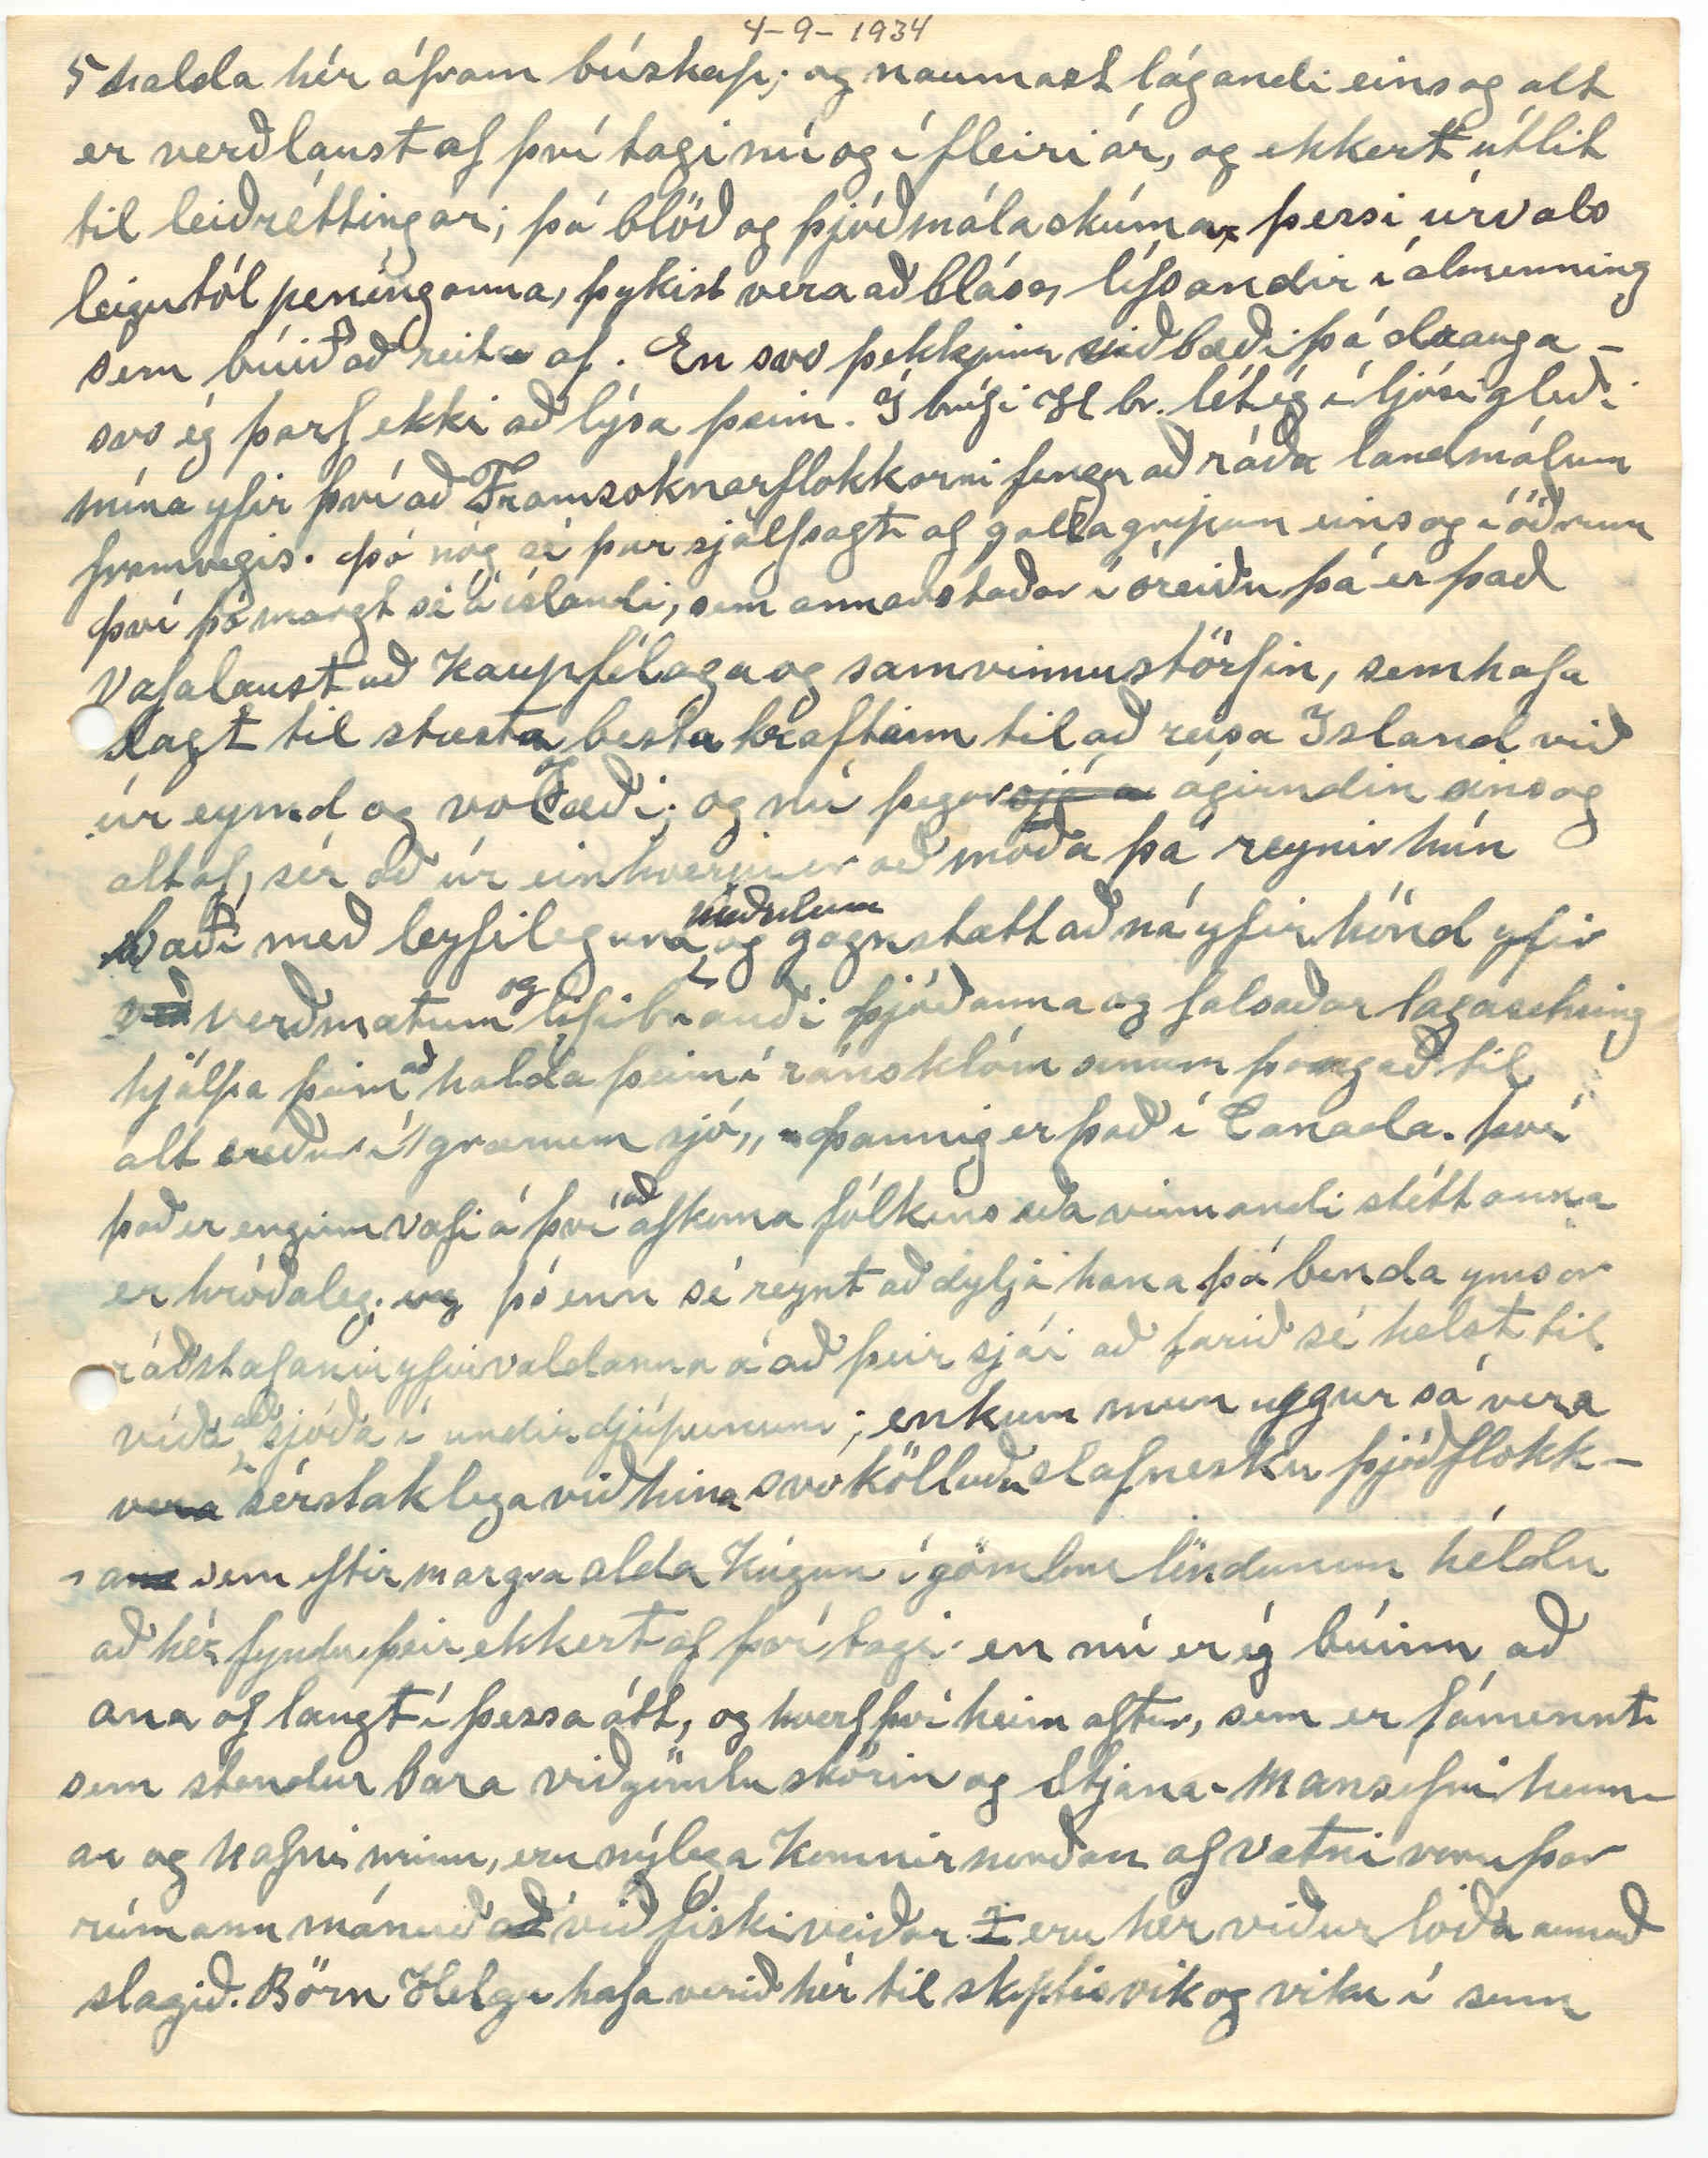

(Box 30) Winnipegosis
Þrd. 4. Sept. 1834.
Lokið við og sent á póst Sunnud. 9 Sept 1934 Þinn elskandi br. Þórarinn
Elskulega systir mín! Á sjálfann Höfuðdaginn fékk ég bréfið og þennann ljómandi uppdrátt af sveitinni okkar. Póstað á Skútust 29-8. annar endinn sprunginn til hálfs en innihaldið víst óskért það sé ég á bréfi,
sem
öðru sem þú hefur skrifað 29 júlí eða 3
m
dögum síðar en
n
þú
sendir
skrifar hitt, sem er svar við bréfi mínu skrifað í júní. Líka fékk ég bréf frá Björgu frænku í nesl; og bið þig að skila
hjarta
kveðju til hennar fyrir það, og þakklæti, og mun svara því ef ég tóri. eins fljótt og tækifæri býðst. Eg sé á þessu síðara bréfi þínu að hún hafi sent sitt bréf
nokkru
áður en þú sendir ”uppdráttinn„ og þitt fyrra bréf, enda kemur það heim, því hennar bréf er póstað 28.-8. og á því 7.5 aura frímerki og því afhent með f
y
ullri borgun. En svo þegar ég óp
n
aði pakkann með uppdrættinum þá kemur bréf henna innanúr honum líka. Svo það að er auðséð að því hefur verið smeigt í pakkann einhverstaðar á leiðinni en hvar eða hvernig gat ég ekki séð, því rifan á pakkanum var ekki nógu stór til að hægt væri að stinga bréfinu þar inn,
en
en
gat hún
hún gat
Orðaröð breytt með uppskrifuðum tölustöfum.
auðvitað hafa verið stærri, en stytt með lími. En umslagið á Bjargar bréfi var að sjá alveg óskaddað; og fyrst alt þetta kom þó til skila þá er óþarfi að segja fl. um það, og eftir alt ekki nema skemmtileg tilviljun. Og segji þér og ykkur því frá því, sem slíku. Enda tókst ég allur á loft af ánægju; er ég meðtók þetta alt; t.d. að sjá blessaða sveitina okkar bjóða mér þannig sinn frjálega faðm. Eg finn sjaldan viðeigandi orð yfir fögnuð minn eða harm og mun svo fleirum farið. En það finnst mér ég hafa fyrir löngu skilið hvað erfitt það hljóta að vera fyrir ykkur, sem alt af hafið haft þessa dásamlegu mynd fyrir framan ykkur; að skilja til fulls hugrinningar og tilfinningar okkar
snerum baki við henni. Hversvegna, verður þá auðvitað spurt Þó veit ég að þú spyrð ekki hvað mig áhrærir. En hvað, sem er um
það
þá hafð þið systkyni mín; og þú ekki síst hefur sannarlega ekki legið á liði þínu að bæta þessum fjarlæga bróður upp, það, sem honum finnst
hann
hafa mist, Því þó sjálfur sé hann ekki aflagsfær af verðmætum, á neina vísu þa
hefur
hann vilja til að viðurkenna þau með góðhug og einlægni, ekki síst frá þeim, sem hafa þann sjaldgæfa hugsunar hátt að offra þau öðrum launalaust. Og það má ekki
minna
vera, þó ég einusinni fyrir alt, geri það fyrir sjálfan mig að reyna að gera þér skiljanlegt, Það, sem eg þó veit að
þú
skilur, hvað hjarta mitt
er
og alt af verð fult a
f
ðdáunar á innræti þínu og framkomu
fr
gagnvart mér. Einusinni datt mér það í hug að yrkja eina vísun um hvert okkar systkynanna, sem náðum að vax og lifa Það var held ég í fyrra um þetta; en fann það „að leirinn„ hafði yfirhönd, svo eg stakk því í eldinn, öllu að ég hélt en í gær fann ég þó í blaðarusli, það, sem komið hafði í hugann um Baldvin, og hef víst álitið það skást og gerir held ég
ek
hvorki til né frá þó það taki sér far með þessu. Þó það sé lítið annað en ellióra-samtýningur. Vísuna ”Tana„ kunni ég einusinni, og passleg handa ”Geira„
því
sem mér fannst altaf fremur ómerkilegur. Þó
er
var það rangt að Geiri væri þunglyndur. En kátína hans var, að mér fanst, ómerkilegur glamrandi. Eg hef verið spurður að hvort hann hafi verið bróðir eða hálfbróð Kristjönu gömlu á Grænav. en það veit ég ekki. En þú munt geta sagt mér það. Hafi svo verið þá voru þau víst ekki lík í viðkynning. Eg þakka þér innilega fyrir leiðréttingar þínar og
upplýsingar í ættartölunum. Sé nú og var búinn að fá grun um það að ég væri rangur með það, sem mig mynti að móðir okki sagt. Því það hefur verið Herborg, en ekki ”Herdís„ sem hún hefur sagt mér frá. En umsögn sú er höfð var eftir B. móðurbr. vilti mig. En með sjálfum mér, held ég nú að þessi kona, sem sagði
mér
og hafði það eftir B.
móðurbr.
um að Baldv. í ”Kyrkjubæ„
h
væri systursonur sinn; hafi verið mishermt. En B. móðurbr. eigi ekki sök á því því þó færi ungur úr Myvatnssveit þá
hly
hefur hann eflaust munað rétt nöfn á öllum systkynum sýnum; og það, sem í æfiminning hans ónákvæmt í ættfærslunni hygg ég
s0
sé
ekki
feil þeirra Margrétar Benidisksson; og Helgu frænku okkar sem auðvitað er mjög nátturlegt. Um Herborgar afkomendur hafði ég fengið greinilegar upplýsingar frá Sigríði konu Björns frá Narfast. og ber það alveg saman við það, sem þú segir samt er það víðtækara hjá þér; og með Steinvöru fyllir þú í eyðurnar
þa
hjá mér rækilega; t.d. hvar hún og Jón maður hennar voru síðustu lífsdaga sína. Kristínu Þorsteinsdóttir rámar að þeirra væri getið
þ
á hrakningi í Mývatnsveit þegar hún kom þar fyrst 7 ára
stúlku
barn að við Krístín höfum minnst á þessa Steinvöru er af því meðal annars að við höfum kynnst hér, vestra, sumum afkomendum Sigurðar á Rifkellsstöðum ömmubróður okkar. þá ættfræðslu hef ég frá Hjálmari br. og þér. og auðséð á því að Jón og Steinvor hafa verið systkynabörn. Þegar þú segist hafa séð Helgu á Stórhamri; Þegar þú varst á Laugalandi. Þar minnir mig ég sæi hana líka annahvort um haustið er ég fór með þér þangað eða um veturinn þegar ég fór þangað að sjá þig. Ef þetta er ekki rangminni mitt þá er hún í hug mínum þannig síðan að hún hafi verið há og gild og fannst eins og maður segir, talsvert sópa að henni, en svo er lítið að marka
þá lýsing mína, því ég var dauðfeiminn við alla þar nema þá þig.
Þessir afkomend Sigurðar Rifk. sem ég gat um að framan eru ein systir, mig minnir hún vær kölluð Anna, en ég sá hana aldrei. Stefán Eyjólsson hét maður hennar og bjuggu nalagt Gardar N-D. nú bæði dáin. Bræður hennar 2. lifa Ásvaldur í ”Origon„ við Kyrrahaf, og Sigurður í Dakota, og búið þar altaf síðan Eg kom vestur; og honum kyntist ég talsvert meðan ég var þar. Sagði mér þá að
h
að hann væri afkomandi Sigmundar í Belg en hef gleymt hvernin. En held samt að faðir þessa Sigurð hafi verið bróðir Jóns mans Steinvarar
faðir
móðir Þessa Sigurar á Gardar hét Guðrún Ásmundsdóttir. systir Einars alþ. í Nesi. og dó í Dakóta fáum vikum eftir að ég kom þar. Var þá fyrir löngu
m
gift seinni manni sínum, sem hét Bjarni Olgeirsson; og með honum átti hún. líka eina dóttur og 2 sonu; þá líka nærri fullorðin. Bjarni þessi hafði einusinni búið í Skriðu, en veit ekki hverra manna hann var, en það sem ég vildi fá svar við í þessu sambandi er hvort Sigurður faðir Sigurðar á Gardar og systkyna hans var bróðir Jóns, sem Steinvör móðursystir okkar átti? Jú vel man eftir Guðrúnu móðir Einars í Koti móa með hettuna sagði. Einar! En ekki vissi það að hún haft svona mikið uppahald á ”Njólu„ Hún
þ
hefur þá
í
ekki verið sömu skoðunar og Séra B á Grenjaðarstað, sem skammaði Jóhann tengdapabba
þegar B. komst að því J. ætti hana og taldi hana ábyggilegri bók en sjálfa biblíuna. En þá allir taldir heiðingjar, sem héldu upp á ”Njólu„ Þó ég muni ekki
ekk
neitt um þessa Aldísi dóttir Jóseps eða yfirleitt um afkomendur hans. Og það var af tilviljun að ég komst að því að Halldóra, og Guðný voru dætur hans. Það man ég glöggt að Halldór sagði mér; og Guðnyju kallaði hún systir sína, en hana þekkti ég mjög litið. Nú eru þær báðar dána. En þó við Halldóra kyntumst nokkuð þá varð aldrei neitt úr því að ég spyrði hana frekar um hvað hún ætti fleira af systkynum eða annað því viðkomandi. En bæði hún og maður hennar voru okkur hliðholl og góð, svo mér var var vel til þeirra. En skömmu eftir að við fluttum til Canada, sá ég fyrirspurn í Heimkr frá einhverri Guðrúnu Finnsen, og sagðist eiga heima í Selkyrk. Innihald fyrirspurnarinnar var að fá að vita hvar móðursystur sínar Halldora og Guðny Jóepsdætur Gamalielsson frá Haganesi væru niður komnar hér í Amiricu. Vissi ég gat svarað því en gerði það ekki strax en þegar eg sá að fyrirspurnin helt áfram að koma í blaðin skrifaði ég fáeinar línur þessari Guðrunu og sagði henni hvar ”nefnda„ frænkur hennar væru, og nafn mitt undir enn ekki pósthús. Jæa svo liðu árin og gleymdi þessu Vist 27-8 ár síðan þetta var. En nú fyrir eitt 3
m
árum fæ ég bréf frá þessari Guðrúnu; og hafði hún fengið utaná skrift mína hjá séra Jónasi Sigurðsyni sem þá var í Selkyr. og þakkar mér með mörgum fögrum orðum fyrir að hafa gefið sér þessar upplýsingar. Eg skrifaði þakkaravarp fyrir hlýleg umæli um mig en
n
spurði hana lítið þar sem við þekktums ekkert persónulega
En hún sagði mér að hún ætti 2 stúlkur, sem gengu á
skóla
barnaskóla en nefndi ekki mann sinn En þetta Finnsens nafn brúkaða hún enn hvort, sem hann lifir, eða hún ekkja. En, svo veit ég ekki meira um hana, nema mig minnir hún segði að móðir sín hefði heitið ”Sessilja„ en ekki Aldís.
Þú spyrð ”hvort ég muni eftir„ þessu og hinu, sem þú minnist á já æði vel man ég það flest. Þó sé ég að þú
t
manst þó betur en ég, sumt sem ég hefði viljað muna og átt að
muna
. En aldrei gleymi því ér við kvoddumst síðast norðan við Helluvað; hjá stóra steininum í Huldukvammi. Eg kalla hann það síðan hvort það er rétt eða ekki. Þú þekkir, að ekki
er
auðvelt að vera margorður um það,
og
en opt hef ég með sjálfum
mér
viknað útaf þeim viðskilnað, og þó ég hafi þá
t
eflaust ekki áttað mig til fulls hvað það þyddi, þá kom hún óboðin og ótvíræ
ð
tt síðar. Og víst getum
við
nú
bæði farið nærri um það að sú stund hefur verið ein af
þeim
er móðurhjartanu finnst því vera að blæða út. Og ef ég hef þá, sem ég reyndar efast um, verið í því ástandi að segja eða hugsa nokkuð, sem henni hefði verið huggun eða styrkur í, þá var mér vist varnað þess; og annað það að mér og okkur duldist það ekki hvílík hetja hún var að bera allar sínar sáru raunir, Möglunarlaust; Og líklegt sé að mörg
tár
hafi hún
felt
þá hefur hún gert það í einrúmi. Á gatnamótum gerði hún
það
ekki, og síst þegar mest reyndi á stilling og þrek. Það er víst æði algengt að börn skilji ekki til hlítar tilfinningar foreldra sinna fyr enn þau eru sjálf búin verða fyrir viðmóta reynzlu í lífinu; og verður því oft um seinann, og
getur
orðið að sjálfs-klögun ef ekki
er
rétt haldið í tauma tilfinninganna. Þenna eftirminnlega dag, er við skyldum við ykkur fórum í Halldórstaði vorum þar nótt og framyfir miðjan dag daginn eftir. Hjálmar bróður og Helgu systir
kvöddum Hjálmar kom þanga frá Múla að kveðja mig Þegar við ætluðum að fara að kveðja á Halldorstöðum sá ég það að Helga var ekki undir það búin að við kveddumst þar meðal fólkins sem þar stóð í kring svo við gengum þar suður á túnið og settumst niður þar á bak við fjárhús, og grét
hún
ein og barn. Eins og þú getur nærri sátum við þarna orðlaus; unz
hún
harkaði af sér og þögul og hetjuleg
gékk hún
heim og að verki sínu
inn
við spunavélina; Oft hefur þetta og fleira ásótt hug minn og á slíkum stundum kemur sama spurningin í hugann; ”Var ég orðin að ís?„ líklega ekki heppilega að
orði
komist; en svo er þýðingarlaust að ryfja mikið upp af þesskonar nú enda í bréfum ef maður vill drepa á fleira en eitt verður oft hálfsagt það, sem
maður
manni finnst að mætti og þyrfi að skýra betur. þú minnist á Jón Davíðsson og Marzilínu; var alveg búinn að gleyma henni. veit því ekki hvort her lifandi eða dauð. En þegar ég var að lesa þetta í bréfinu. Datt mér í hug lýsing Fr. G. af brúðkaupi þessa Jóns, það, sem minnist á Hallgrím Pétursson, sem hafði verið þar einn af boðgestum og þó það hafi átt að skiljast þannig að engin tæki sér það til; þá undrar mig ekki þó
systrum
afkomendum hans og
að
öðrum skyldum yrðu honum miður þakklát fyrir þau umæli. Jón þessi Davíðsson er fyrir einu eða 2
m
árum dáinn í Minnisota.
Í síðasta bréfi til Hjalmars minnir mig gæti þess að frændi Línu Jón Jóhannsson heimsótti okkur í júní s.l. Og fyrir skömm kom nafna þín að sjá okkur og yngsta dóttir hennar 12 ára heitir ”Elinor„ þau töfðu hér og hjá frændfólkinu í bænum rúma vik. En þurftu að komast til baka áður en skóli byrjað; því miður hafði hvorki hún né full not af þeim samfundum. Því hafði fengið vont kvef á leiðinni hinga og varð þess vegna suma dagana að vera í rúminu en var þó orðin rólfær þegar hún lagði á stað og fengum bréf
nýlega að þeim hafði gengið vel heim til sín. Hún er ekki
orðin
heilsusterk. En hvernin veit ég ekki vel. við höfðum ekki sést í 5-6 ár og fannst mér hún hafa mikið breyzt á því tímabili, lengst af verið holdgrönn og fullt svo mikið gráhærð og pabbi og mamma; og þegar ég var að virða hana fyrir
fyrir
mér núna fanst mér ég svo mikinn svip með henni og mömmu okkar eins og hún var áður og um það bil er ég fór að
heiman
. Þó er hún ekki nema 45 ár eða verður ef hún lifir 76- 1 des. þetta ár ”Port Arthur„ bærinn sem þau búa í nú, er um 600 enskar mílur (ensk míla er 880 faðmar) austur frá Winnipeg á norður strönd eins af stórvötnum Canada ”Lake Supperíor„ Nú stór og fallegur bær, en aðeins faeinir ósjálegir timburhjallar þegar við förum þar um 89 maður hennar hefur þar stöðug og vel borgað atvinn nú við sína gömlu iðn. Þó nú lægra kaup en stundum áður, spyr hana sjaldan um það um það, en veit að efnalega líður þeim altaf vel. Prívatlíf barnanna okkar
hys
hnýsum við allrei mikið í og síst eftir að þau fóru að eiga með sig sjálf. Valið sér sjálf samherja fyrir lífið og vitum ekki annað en það hafi blessast bærilega hingað til og þá er best að segja fátt,
og
eða lýta fyrst sjálfur í sinn eigin barm. ”Jæja„ þá er að segja frá þeim tíðindum, sem reyndar hefur lengi verið í aðsígi að við breyttum um bústað. Nýlega byrjað að byggja hús í bænum í því skyni búið að selja sumt af hestunum kindur og nautgripi nema 4 kýr og heyskaparvélar seldar líka En landið og byggingar, ekki enn, því þó fleiri enn einn hafi óskað eftir að kaupa það þá eru það helst þeir, sem lítil hafa skyldinga-ráð; og þó við búumst ekki við að geta selt það nema fyrir hálfvirði;
þá
eins og sakir standa nú. Þá á að reyna að halda í það eitthvað enn. Við gátum reyndar
reyndar
ekki haldið áfram að vera hér lengur. Því ekkert af börnunum fýsti að
halda hér áfram búskap; og naumast lágandi eins og alt er verðlaust af því tagi nú og í fleiri ár, og ekkert útlit til leiðréttingar; þó blöð og þjóðmálaskúmar, þessi úrvals leigutól peninganna, þykist vera að blása lífsandir í almenning sem búið að reita af. En svo þekkjum við bæði þá drauga svo ég þarf ekki að lýsa þeim. Í bréfi H br. lét ég í ljósi gleði mína yfir því að Framsoknarflokkarni fengu að ráða landmálum framvegis. Þó nóg sé þar sjálfsagt af gallagripum eins og í öðrum Því þó margt sé á íslandi, sem annarstaðar í óreiðu þá er það vafalaust að kaupfélaga og samvinnustörfin, sem hafa lagt til stæsta
og
besta kraftinn til að reisa Island við úr eymd og volæði; og nú þegar
sjá 00
ágirndin einsog altaf, sér að úr einhverju er að moða þá reynir hún bæði með leyfilegum
meðulum
og gagnstætt að ná yfirhönd yfir
veð
verðmætum
og
lifibrauði þjóðanna og falsaðar lagasetning hjálpa þeim
að
halda þeim í ránsklóm sínum þangað til alt veður í ”grænum sjó„ Þannig er það í Canada. því það er enginn vafi á því
að
afkoma fólksins eða vinnandi stéttanna er hróðaleg;
000
þó enn sé reynt að dylja hana þá benda ymsar ráðstafanir yfirvaldanna á að þeir sjái að farið sé helst til víða
að
sjóða í undirdjúpunum; enkum mun uggur sá vera
vera
sérstaklega við hina svokölluðu slafnesku þjóðflokka
na
sem eftir margra alda kúgun í gömlu löndunum héldu að hér fyndu þeir ekkert af því tagi. en nú er ég búinn að ana of langt í þessa átt, og hverf því heim aftur, sem er fámennt sem stendur bara við gömlu skörin og Stjana. Mansefni hennar og nafni minn, eru nýlega komnir norðan af vatni voru þar rúmann mánuð
að
við fiskiveiðar
0
eru hér viðurloða annað slagið. Börn Helgu hafa verið hér til skiptis vik og viku í senn
í skólafríi; og höfum við gaman af að hafa þau í kring annað slagið. Skólinn byrjaði hér fyrir 2
m
vikum með nýjum kénnar maður um 20 ára. Sagður af gyðinga-ættum. Og hefur fæði hjá Árnínu og manni hennar. því eru skemmra frá skólanum. umsóknir um skólan komu yfir 200. á
einni
2
m
vikum, sem er synishorn af atvinnuleysinu. Stjana sótti ekki um hann nú. En gat fengið hann ef hún hefði viljað því þeir, sem reyndu í fyrra að bola henni frá létu ekkert á sér
bera
nú; enda þetta upp
þot
þot
t
í þeirra í fyrra,
spor
sprottið af öfund og engu öðru. því peningalegan hagnað gátu þeir engan haft af því.
Þú segist ekki hafa lesið Kristrúnu í Hamravík, en viss er
eg
um að þér þætti gaman að því.
”Nýal„
H. P. las ég nú fyrst nýlega. Merkileg og fróðleg er sú bók. þó bæði ég og víst margir
f
margir fleiri, finni sig litið nær sannfæring í þeim sökum; sumir hafa gaman af að spreita sig á þesskonar; og hvergi hef eg
séð
henni sannar og betur getið en í umælum St. G. St. og hefur þú máski lesið það. það er í 4. bingdi af Andvökum. bl. 133. Það er ekki hljóliðugt rím. en átakanlega
mikfeng
mikilfengleg er snildin í hugsun hans þar eins optar. og ætti vel við að verða letruð á leiði Helga á sínum tíma. Lína er að segja mér að senda þér almanök Ó. Th. og er að hugsa um að láta verða af því var búin að senda þér eitthvað af þeim líklega fyrir -29 og -30. og 4 komið síðan og verðu því mátulegt í einn pakka.
Með hjartans óskum og kveðjum
Þinn einl elskandi br.
Þórarinn Stefánsson